Bréfritari: Þórarinn Stefánsson
Dagsetning: A-1934-11-14
Skrifað á: Vesturheimi

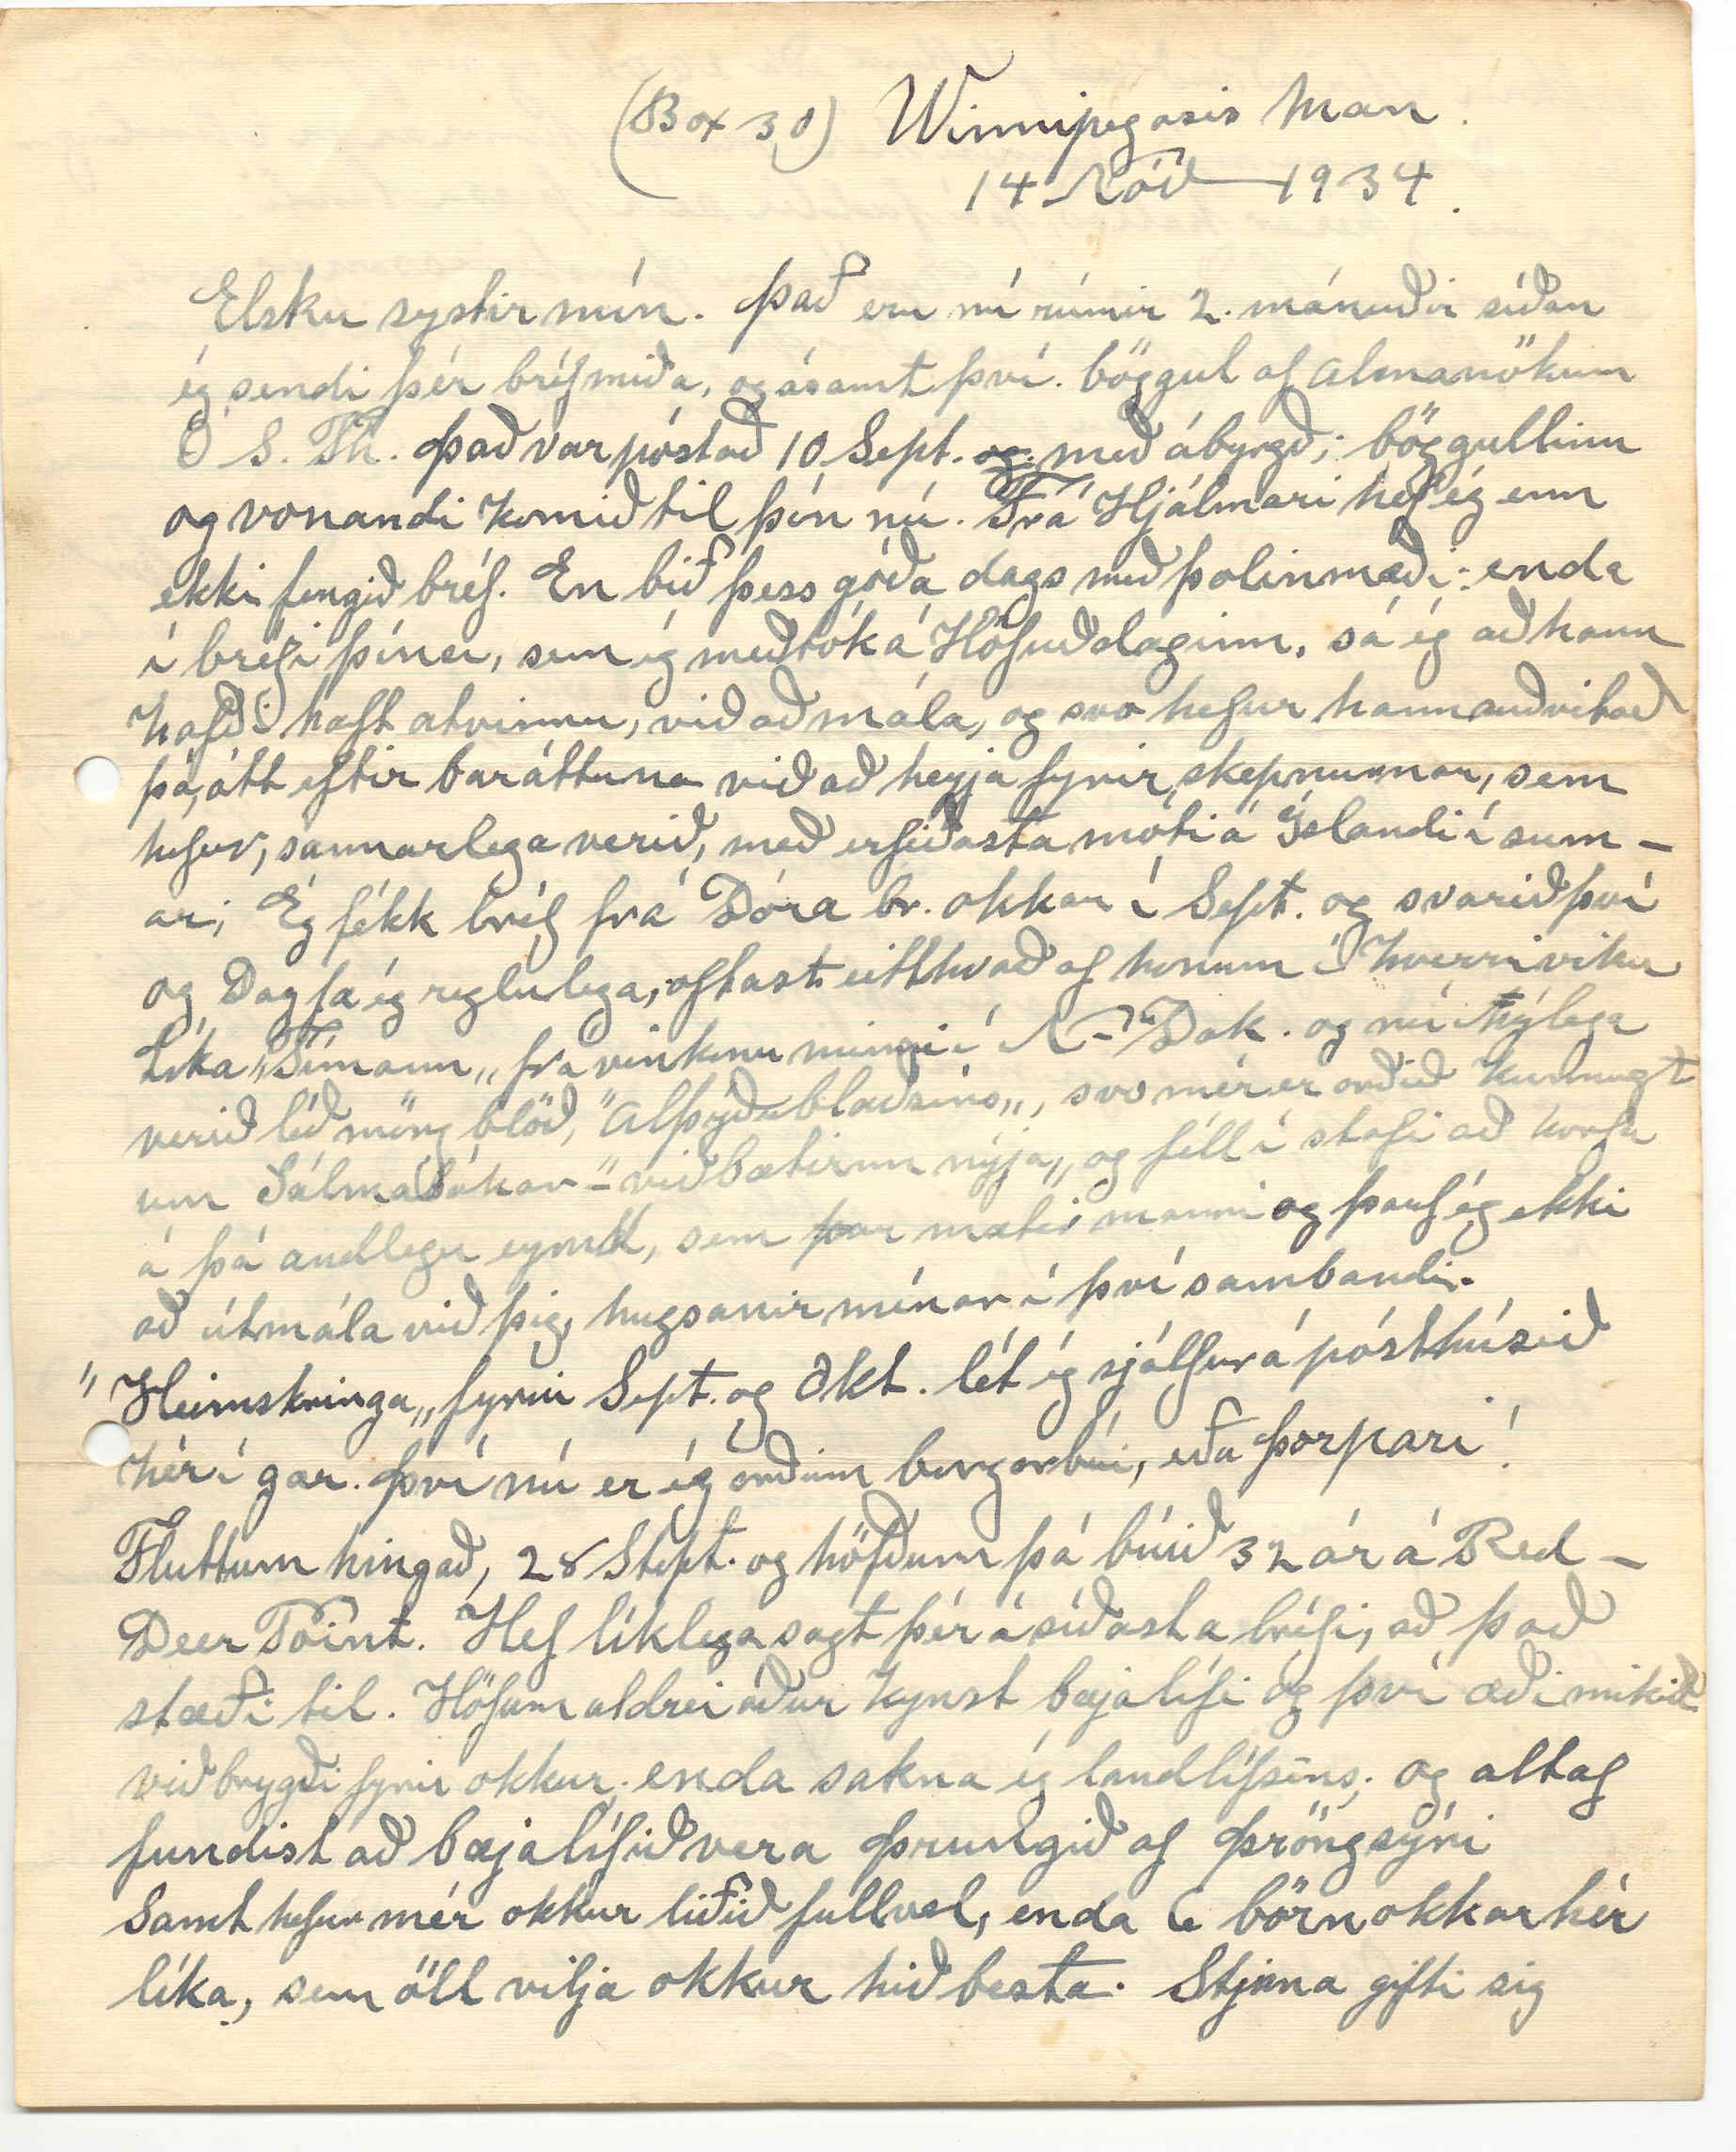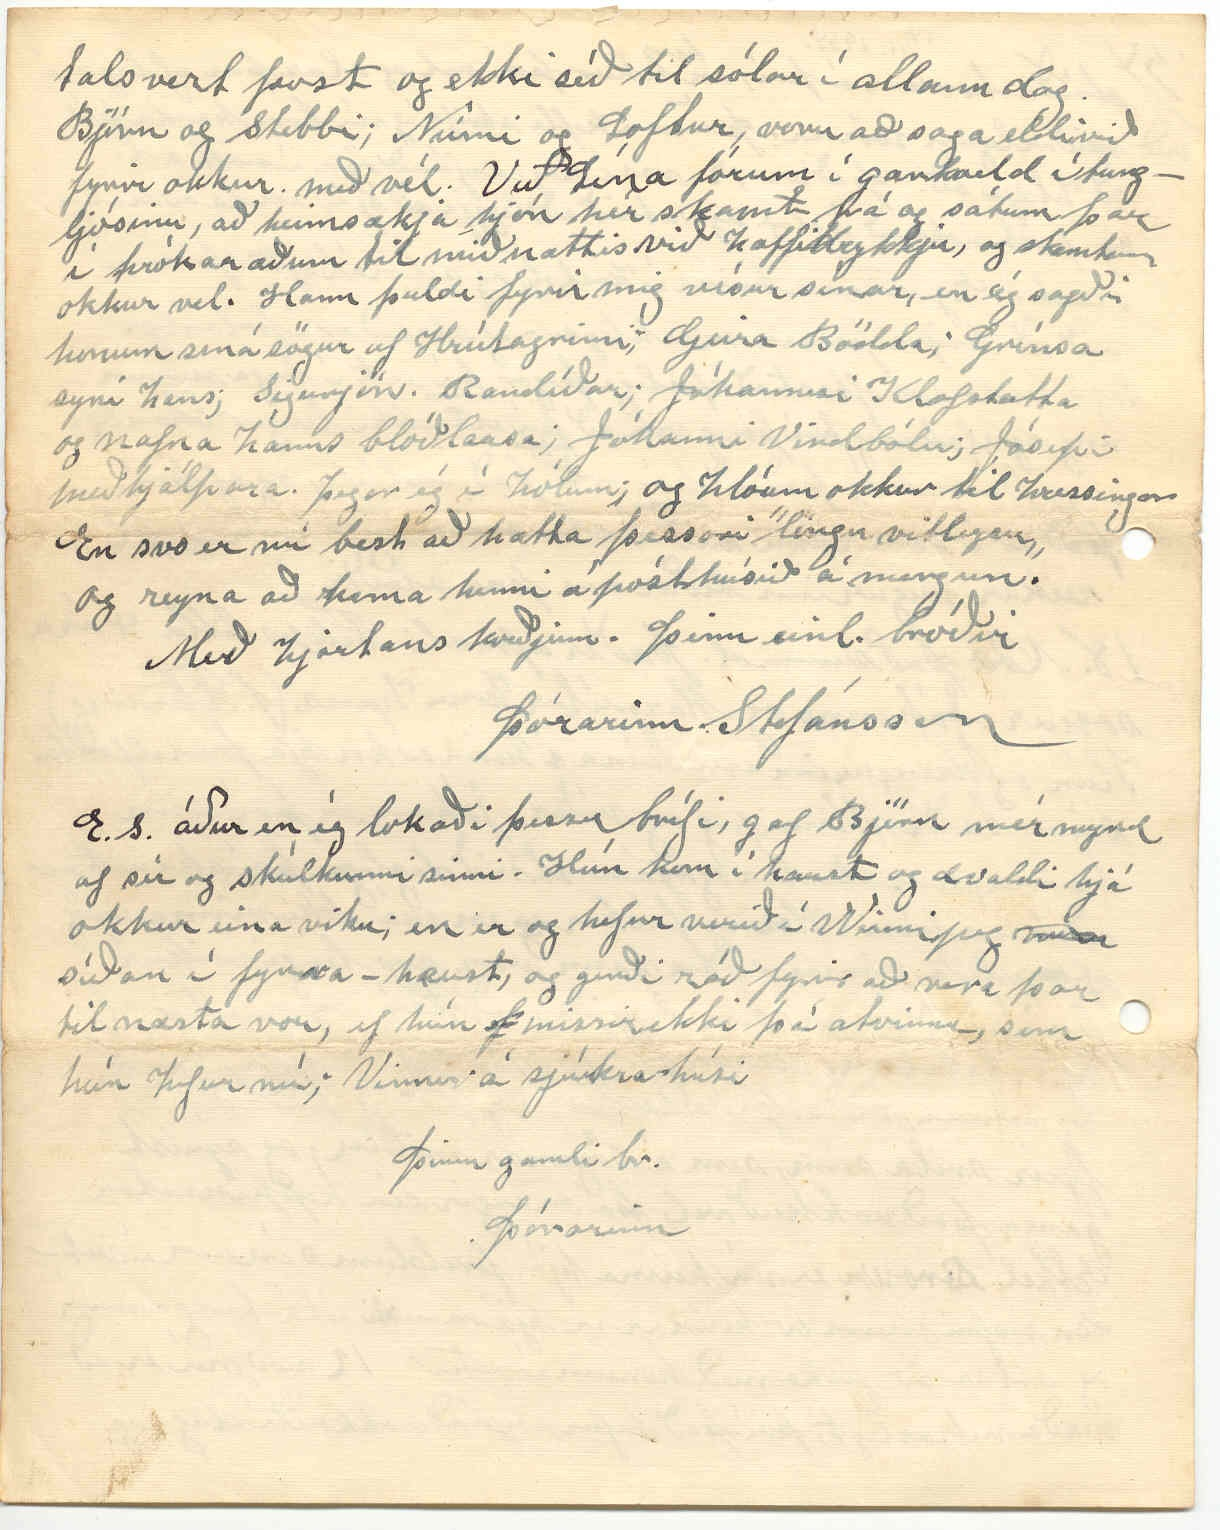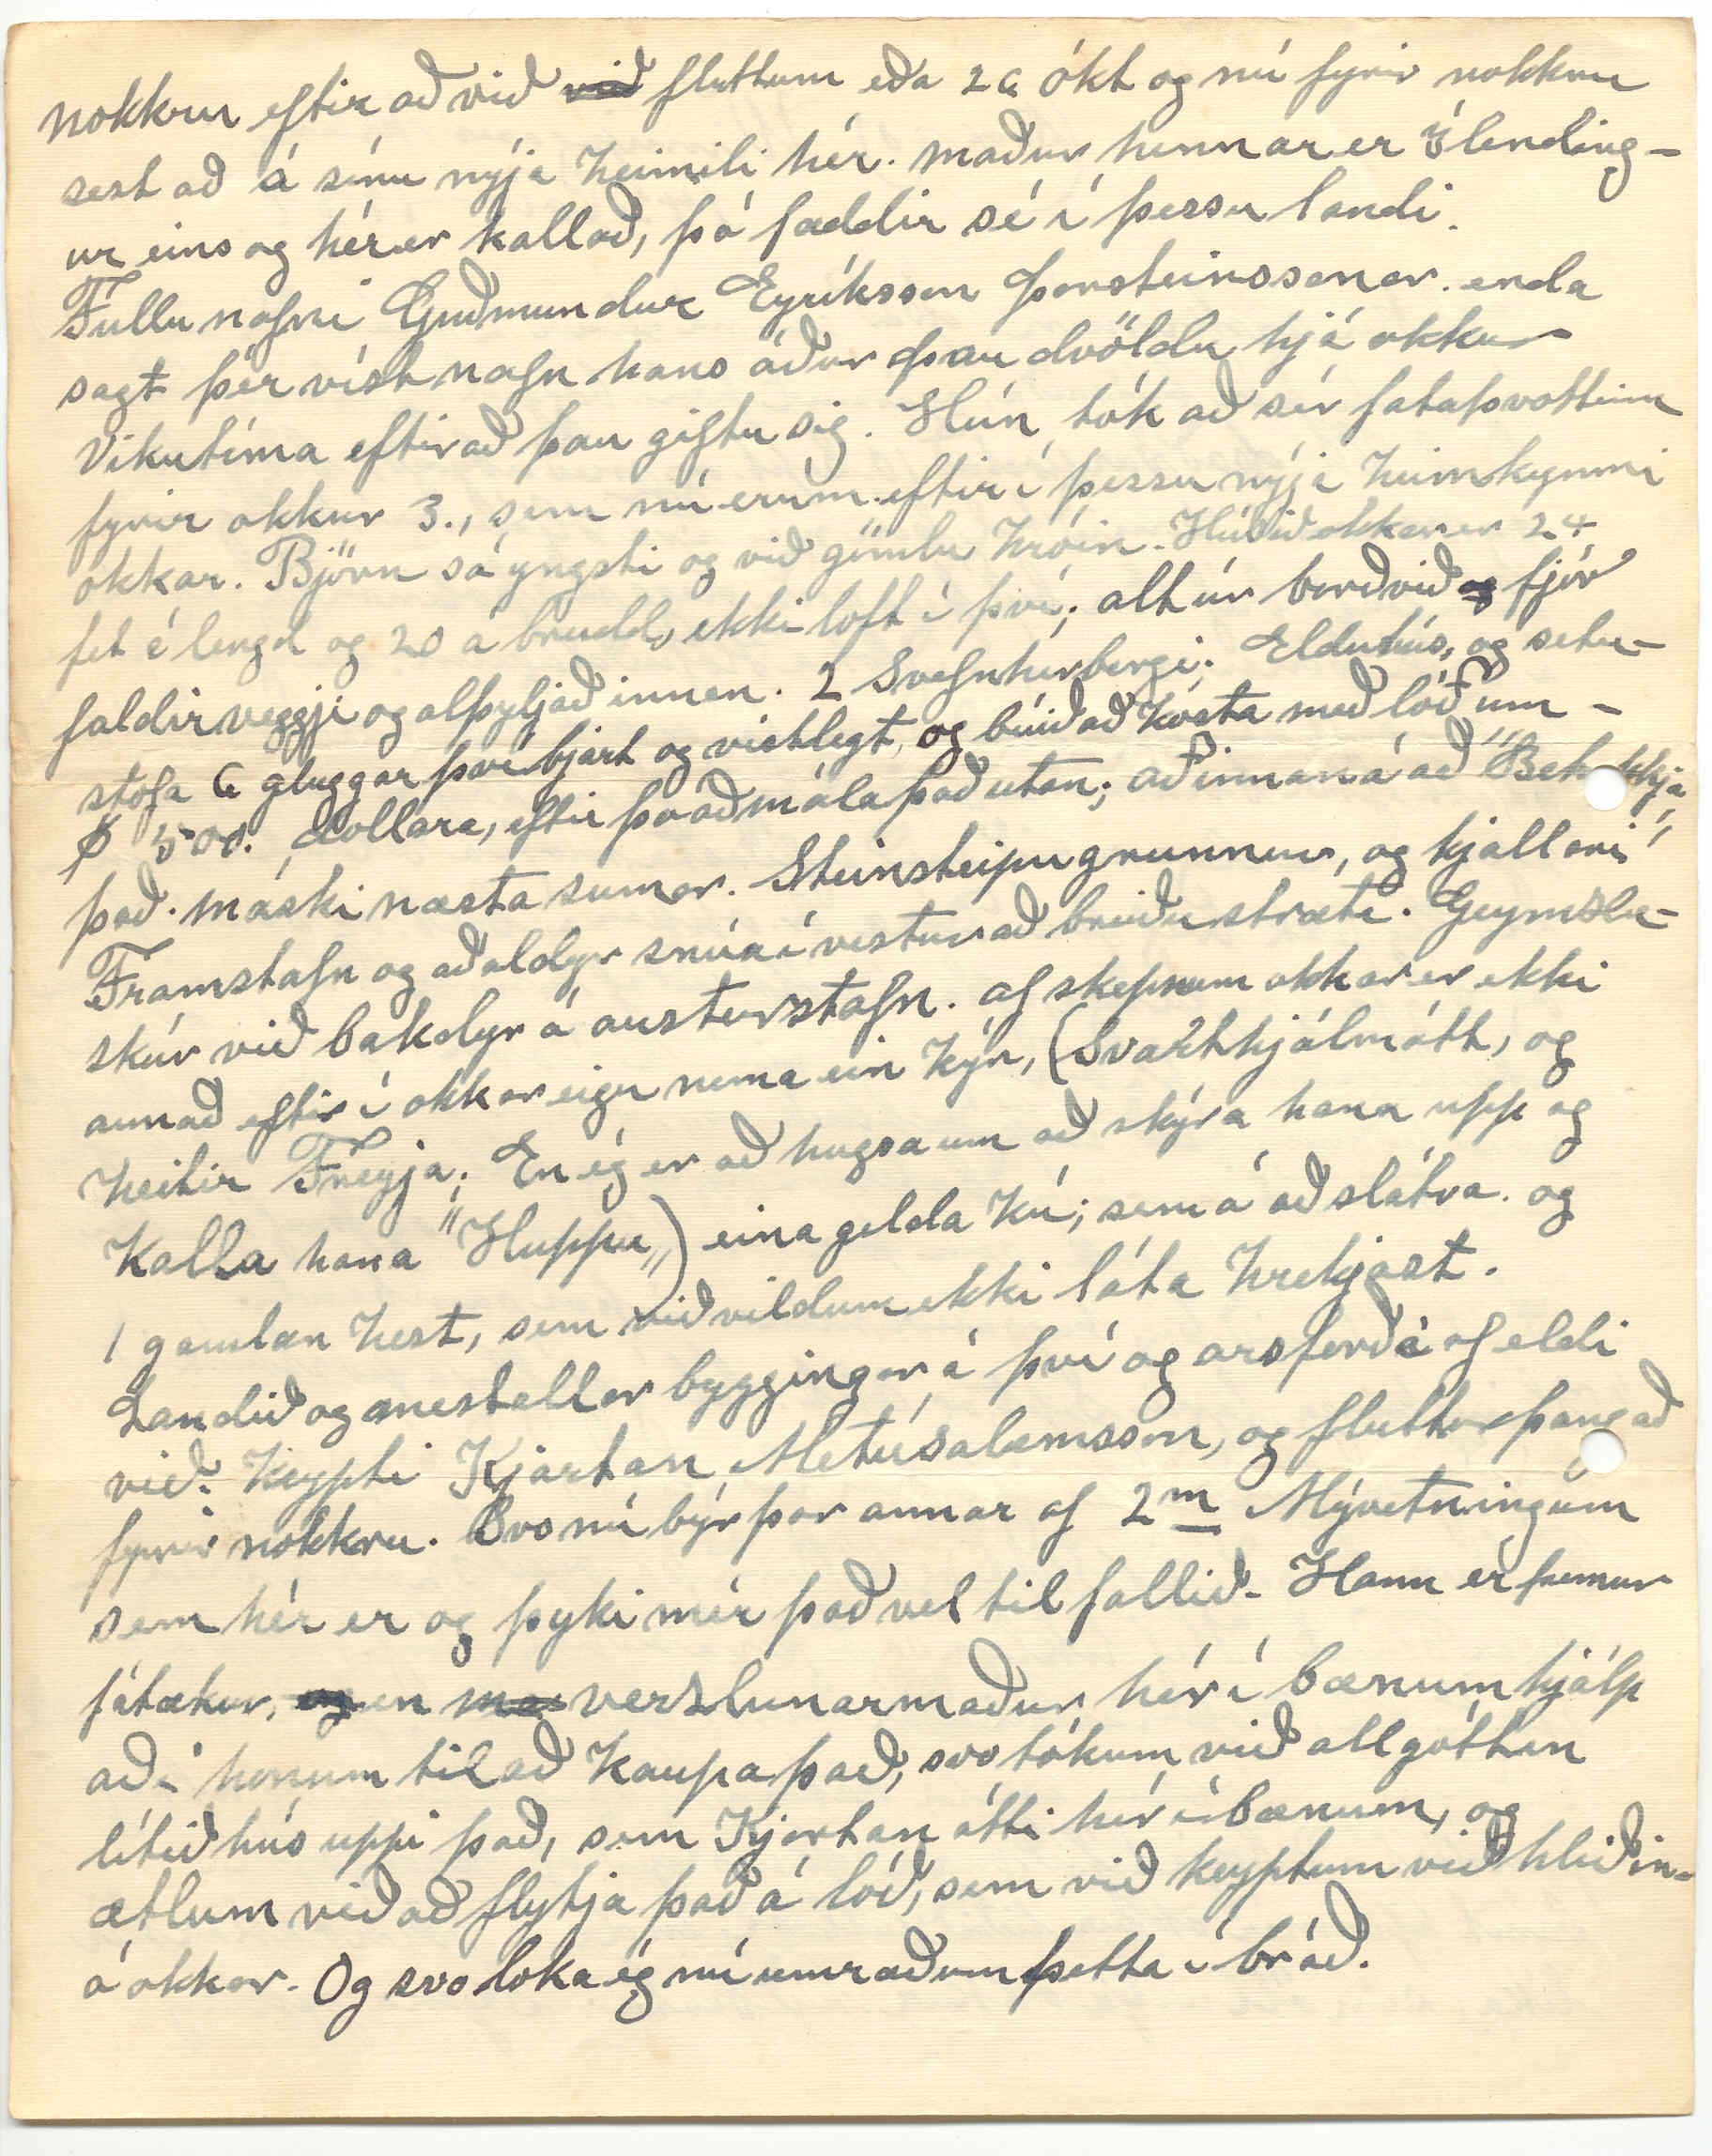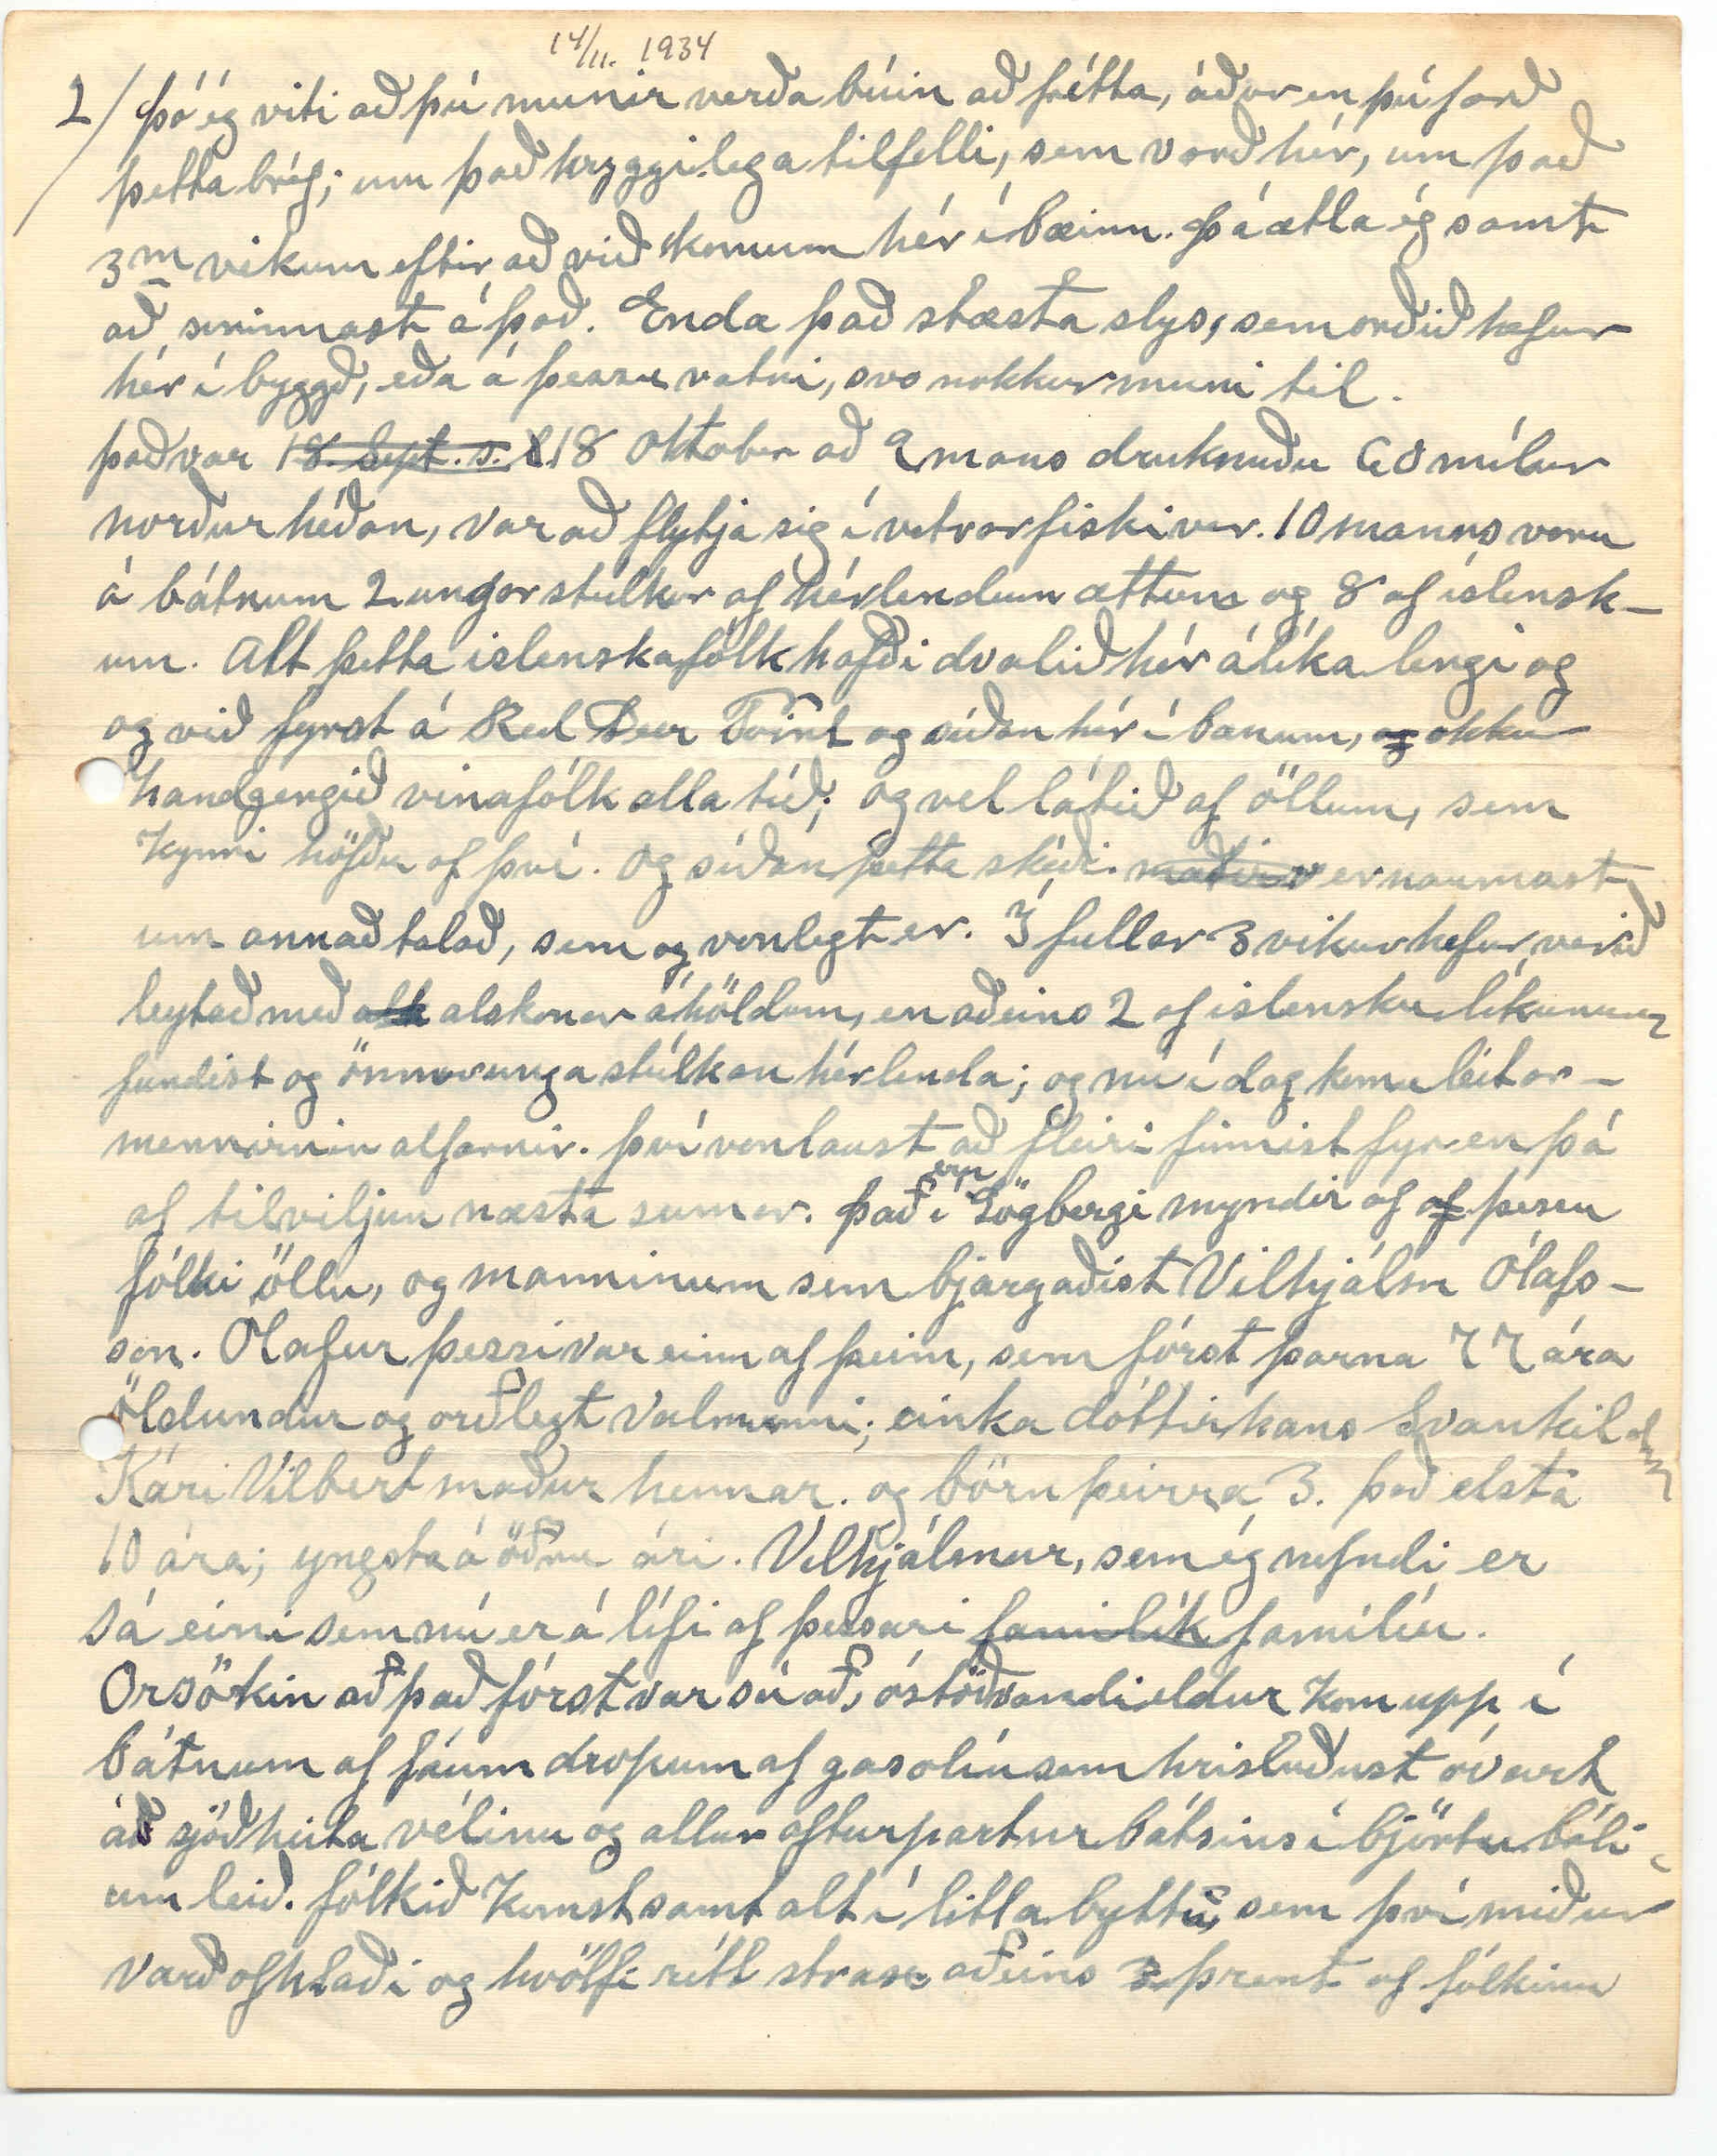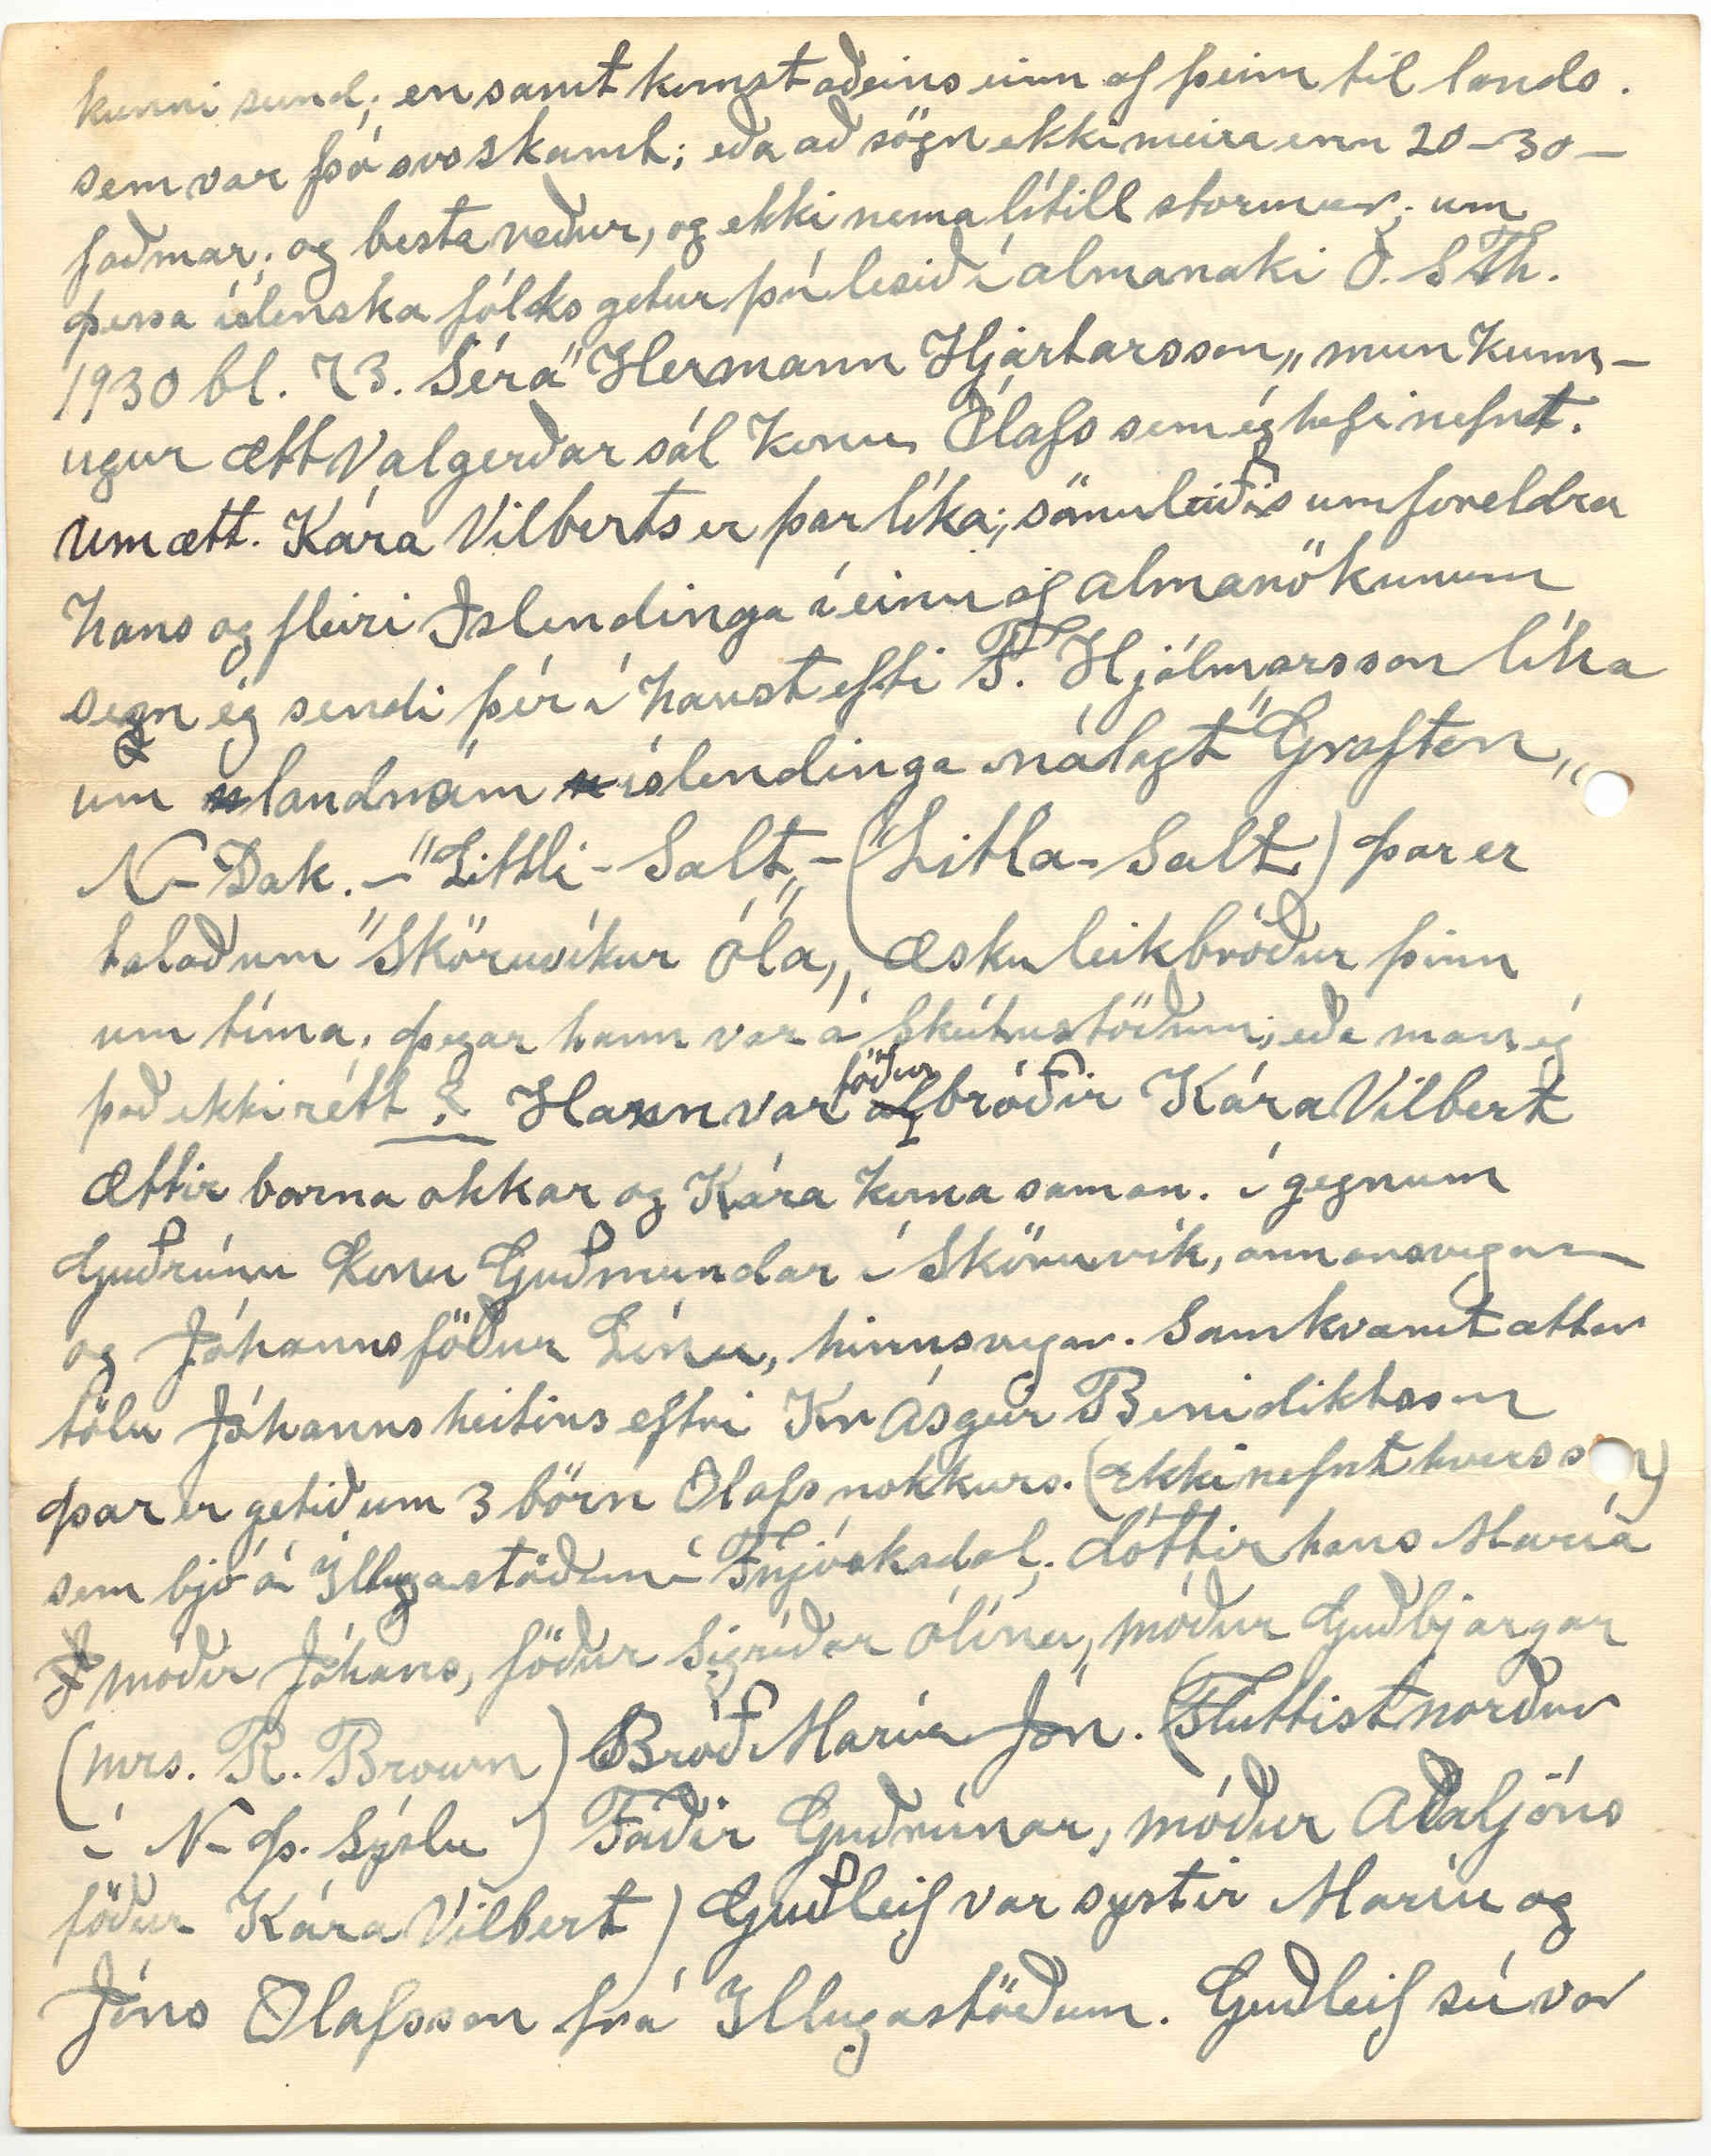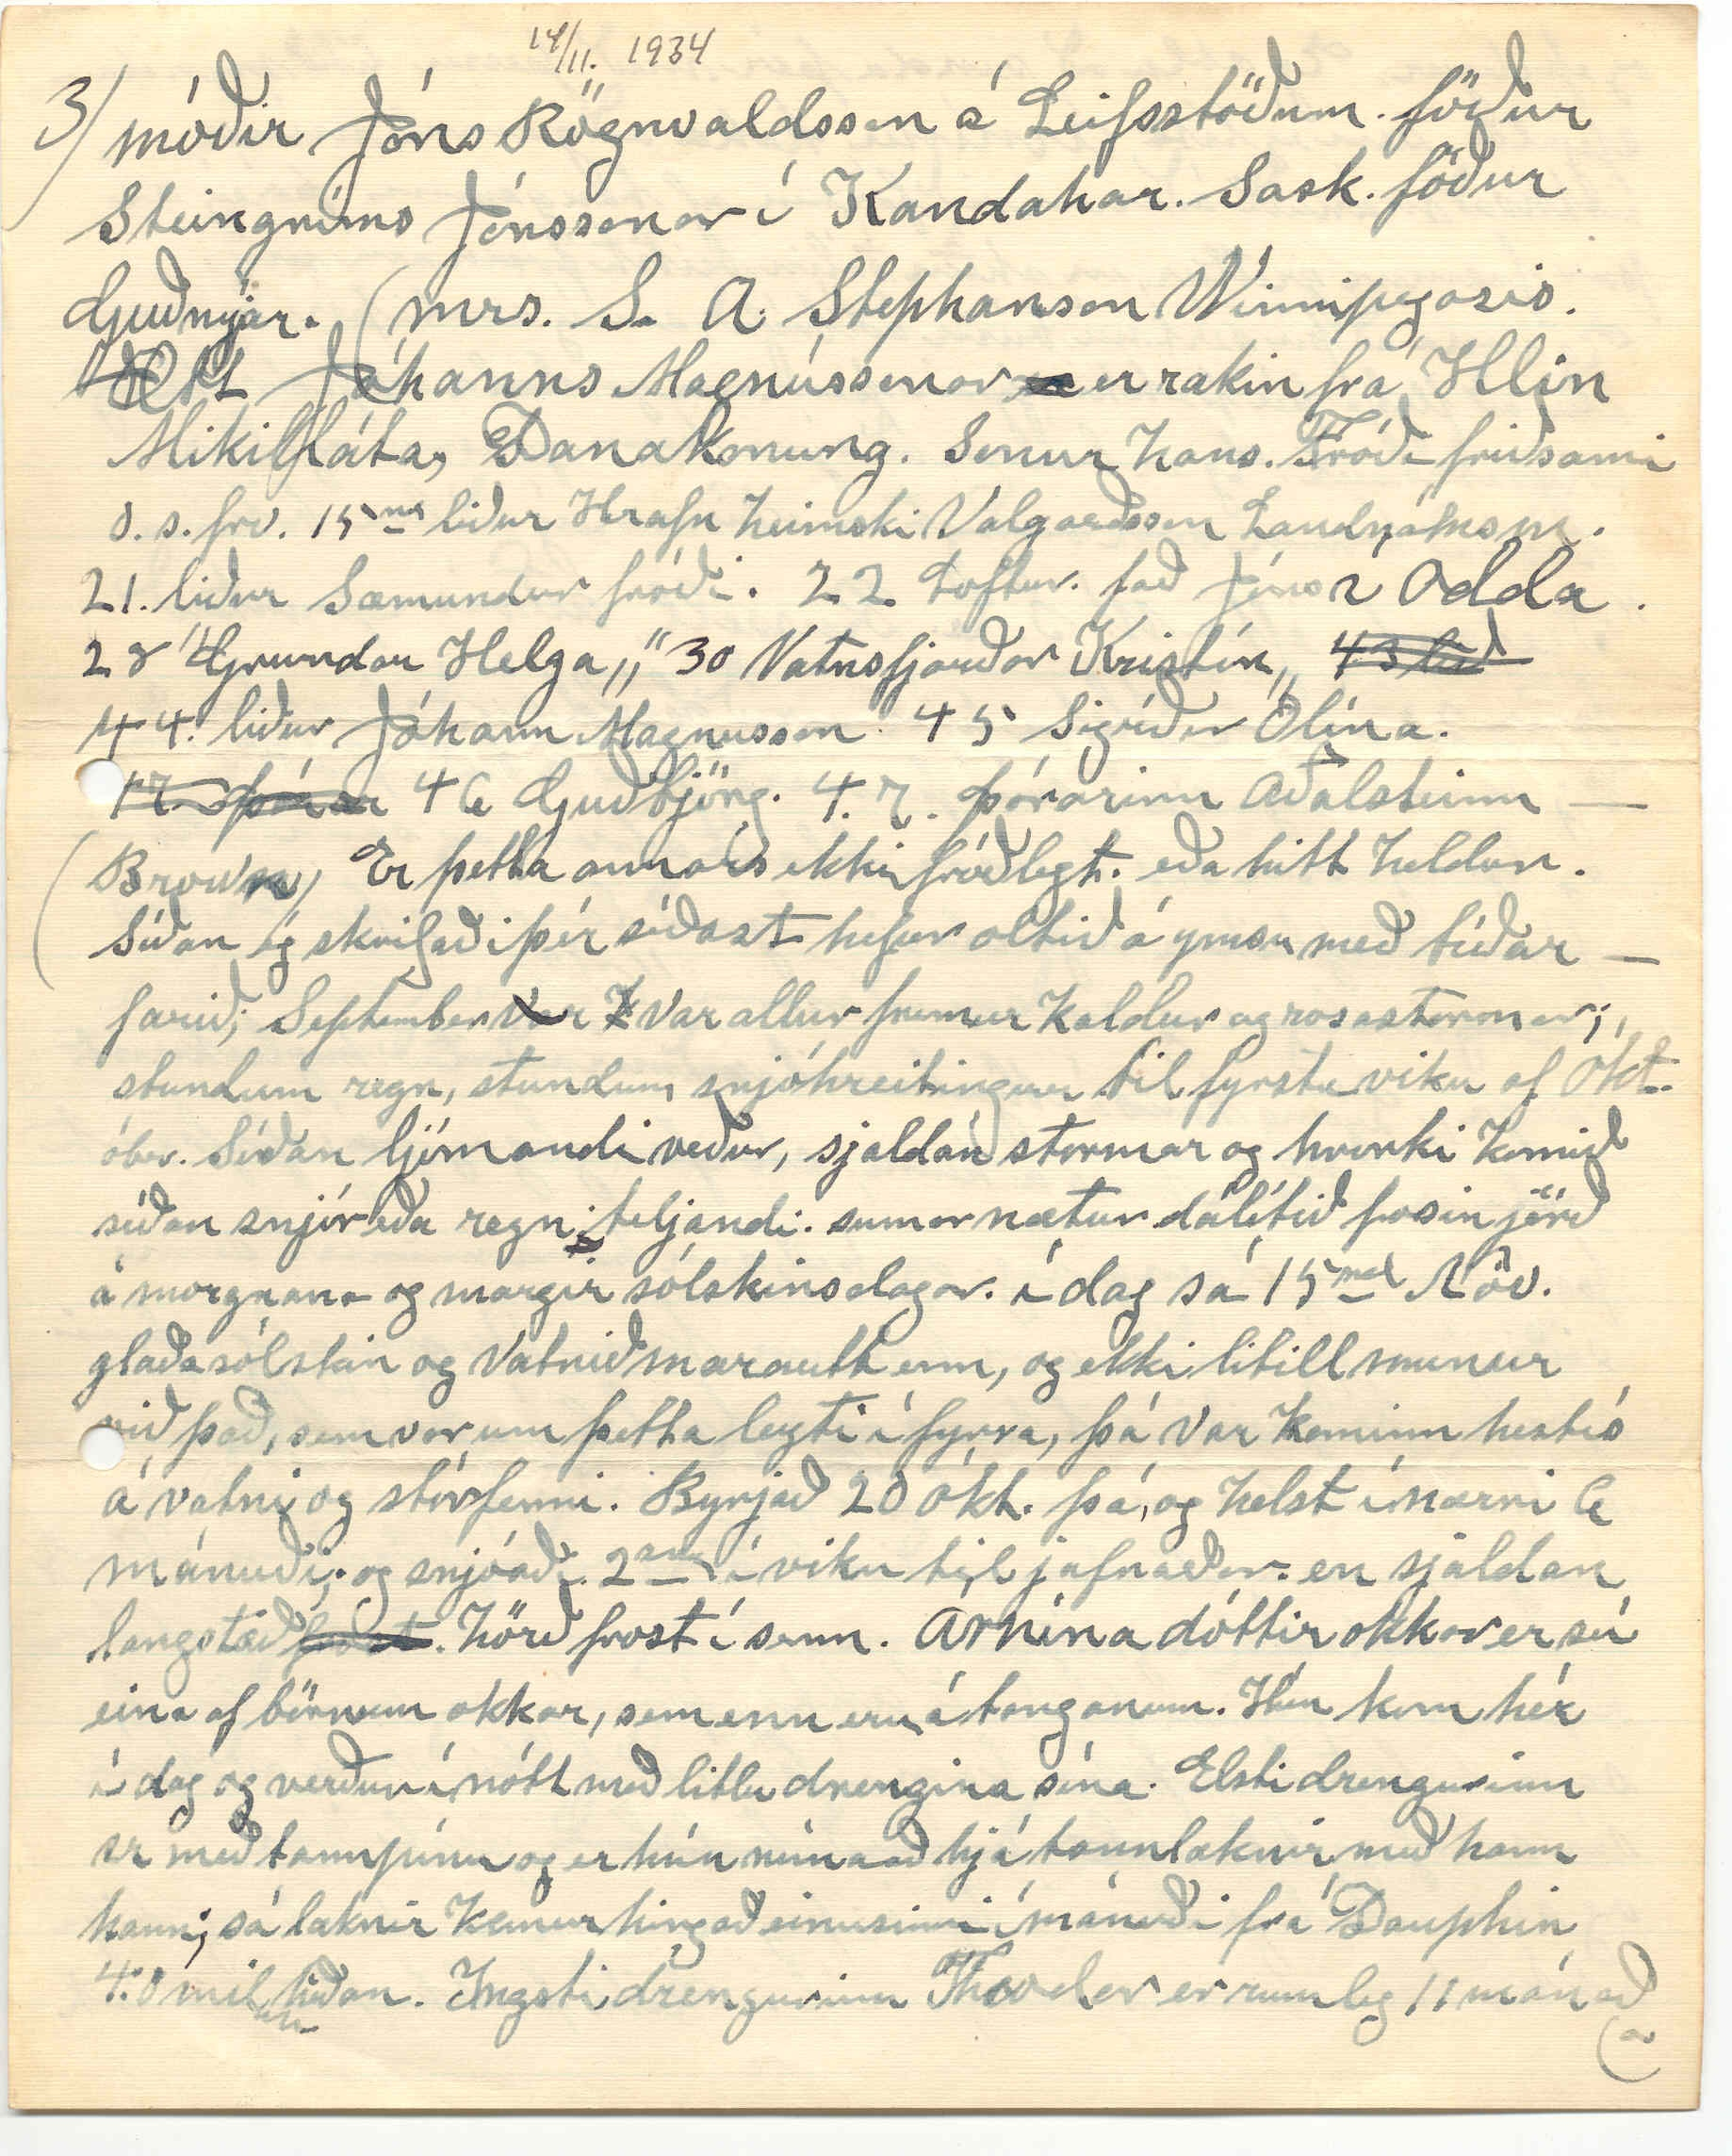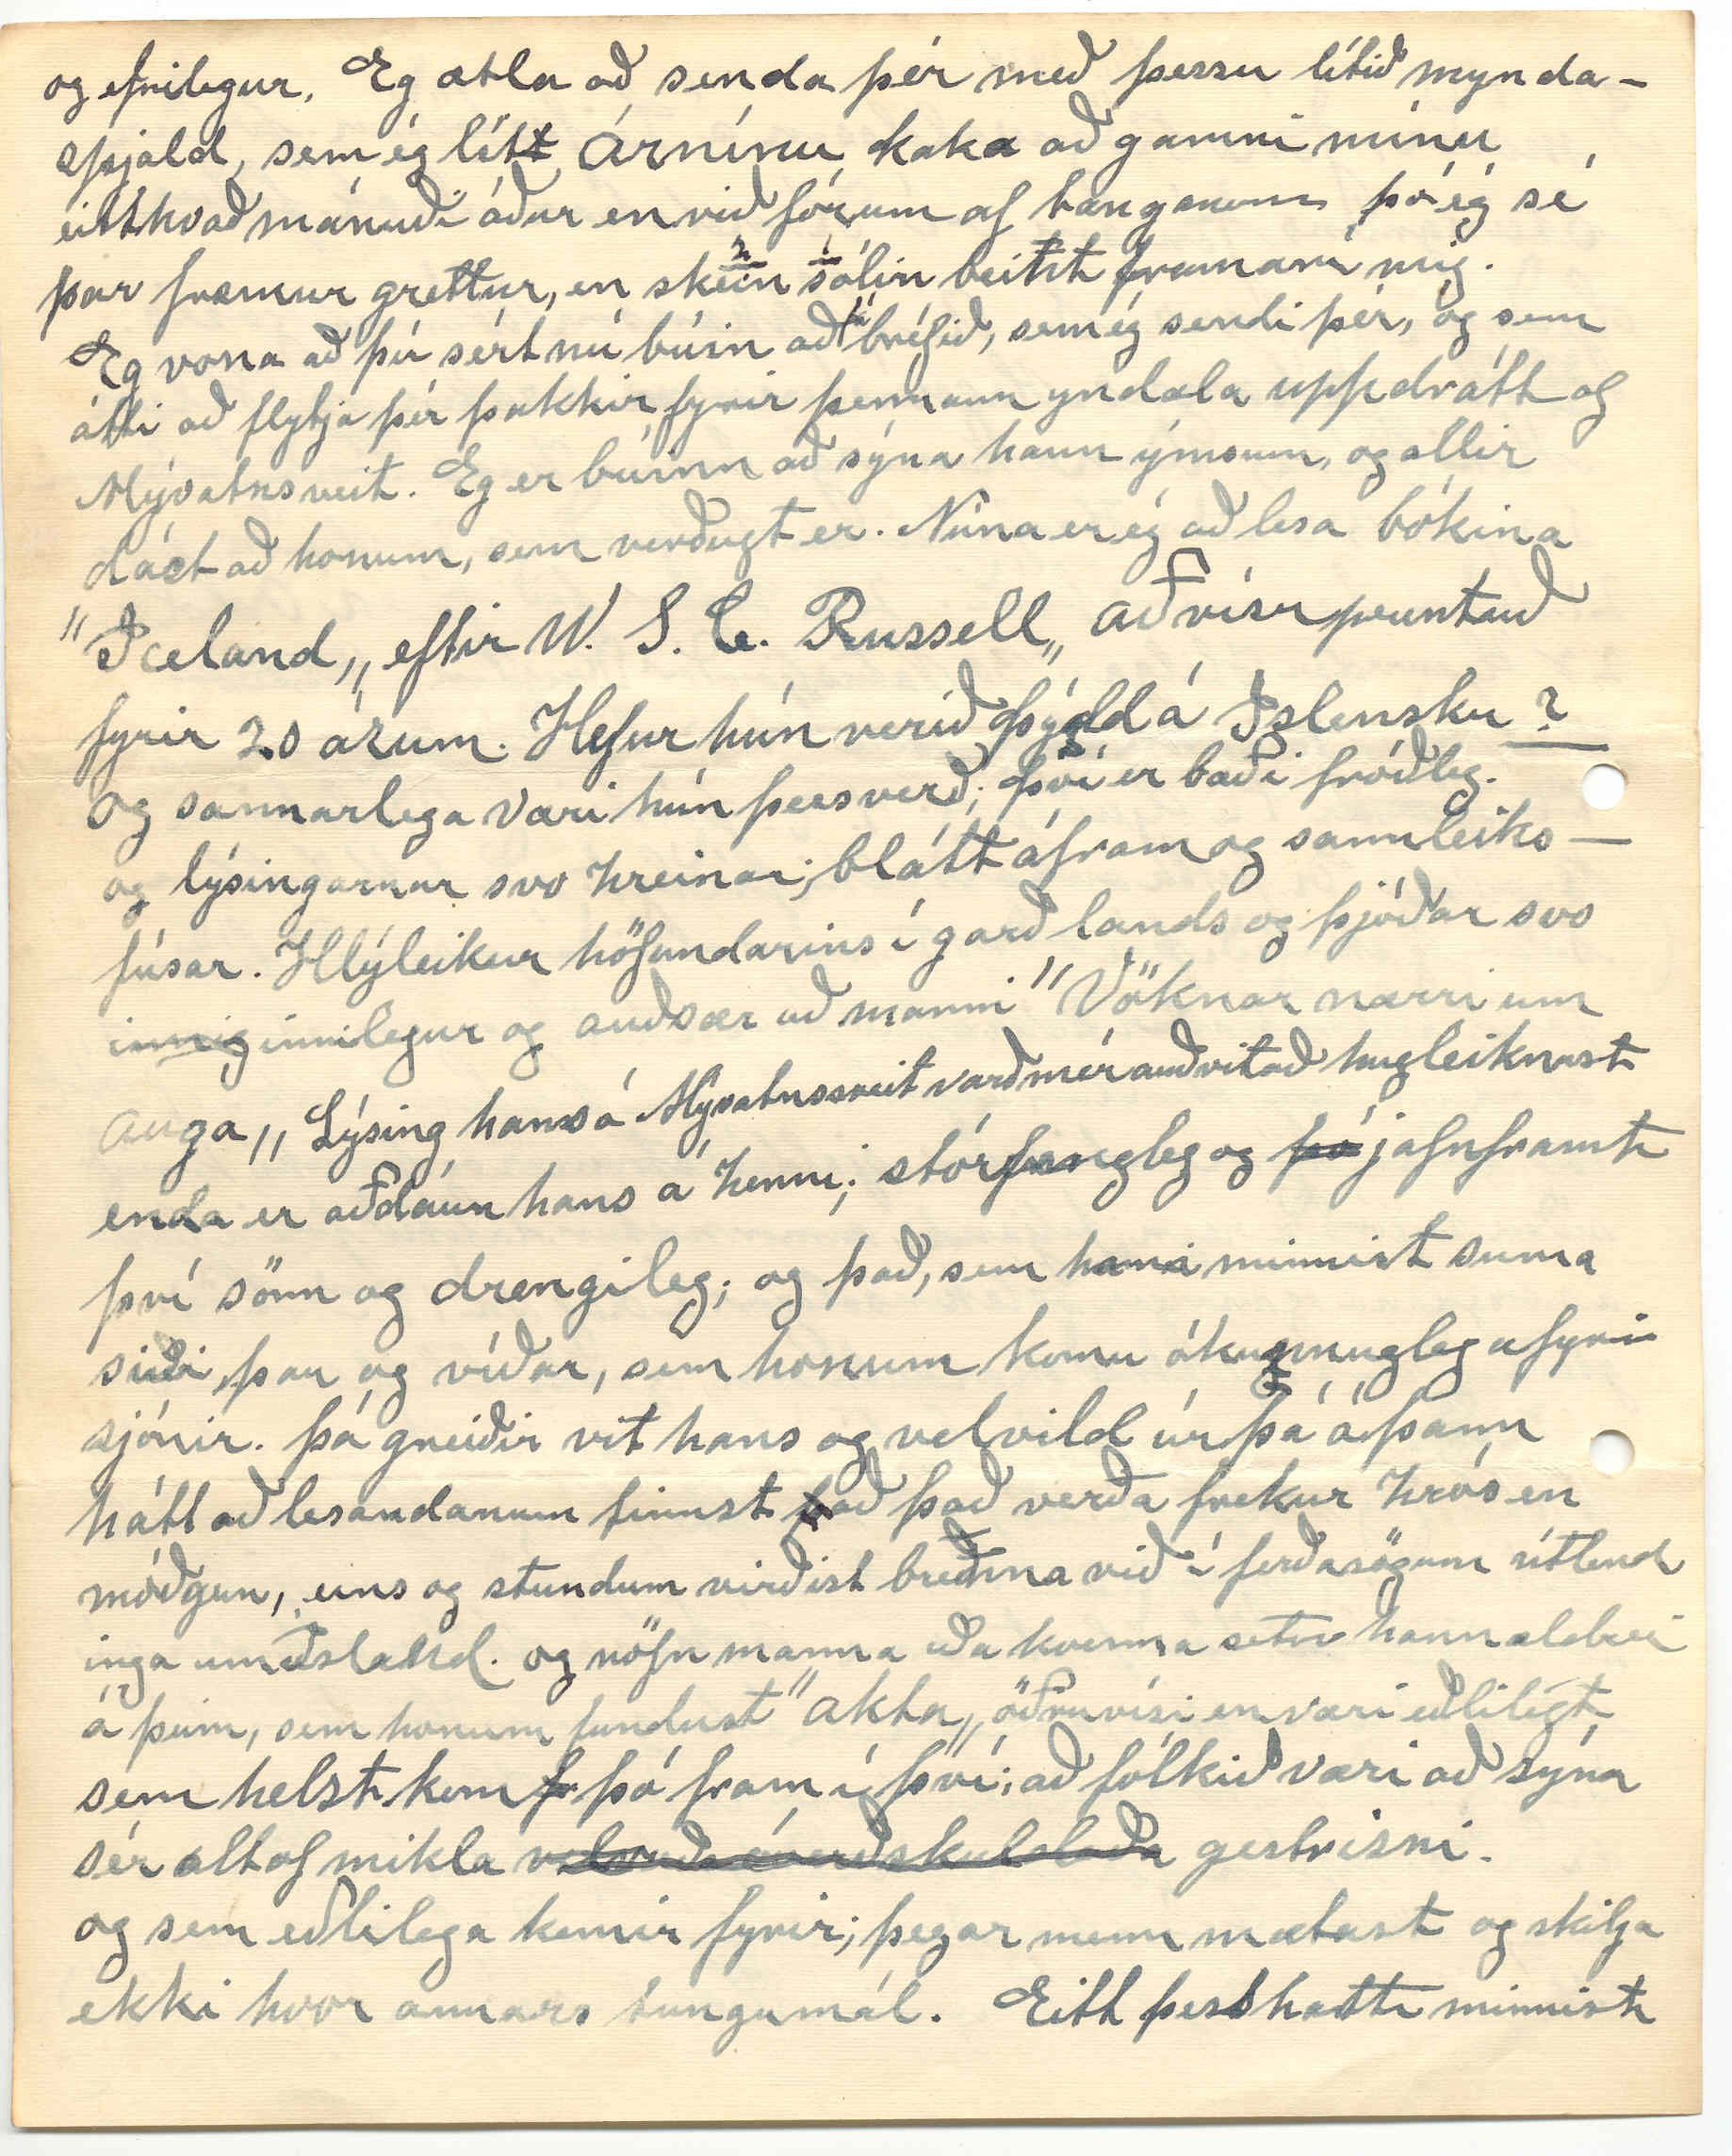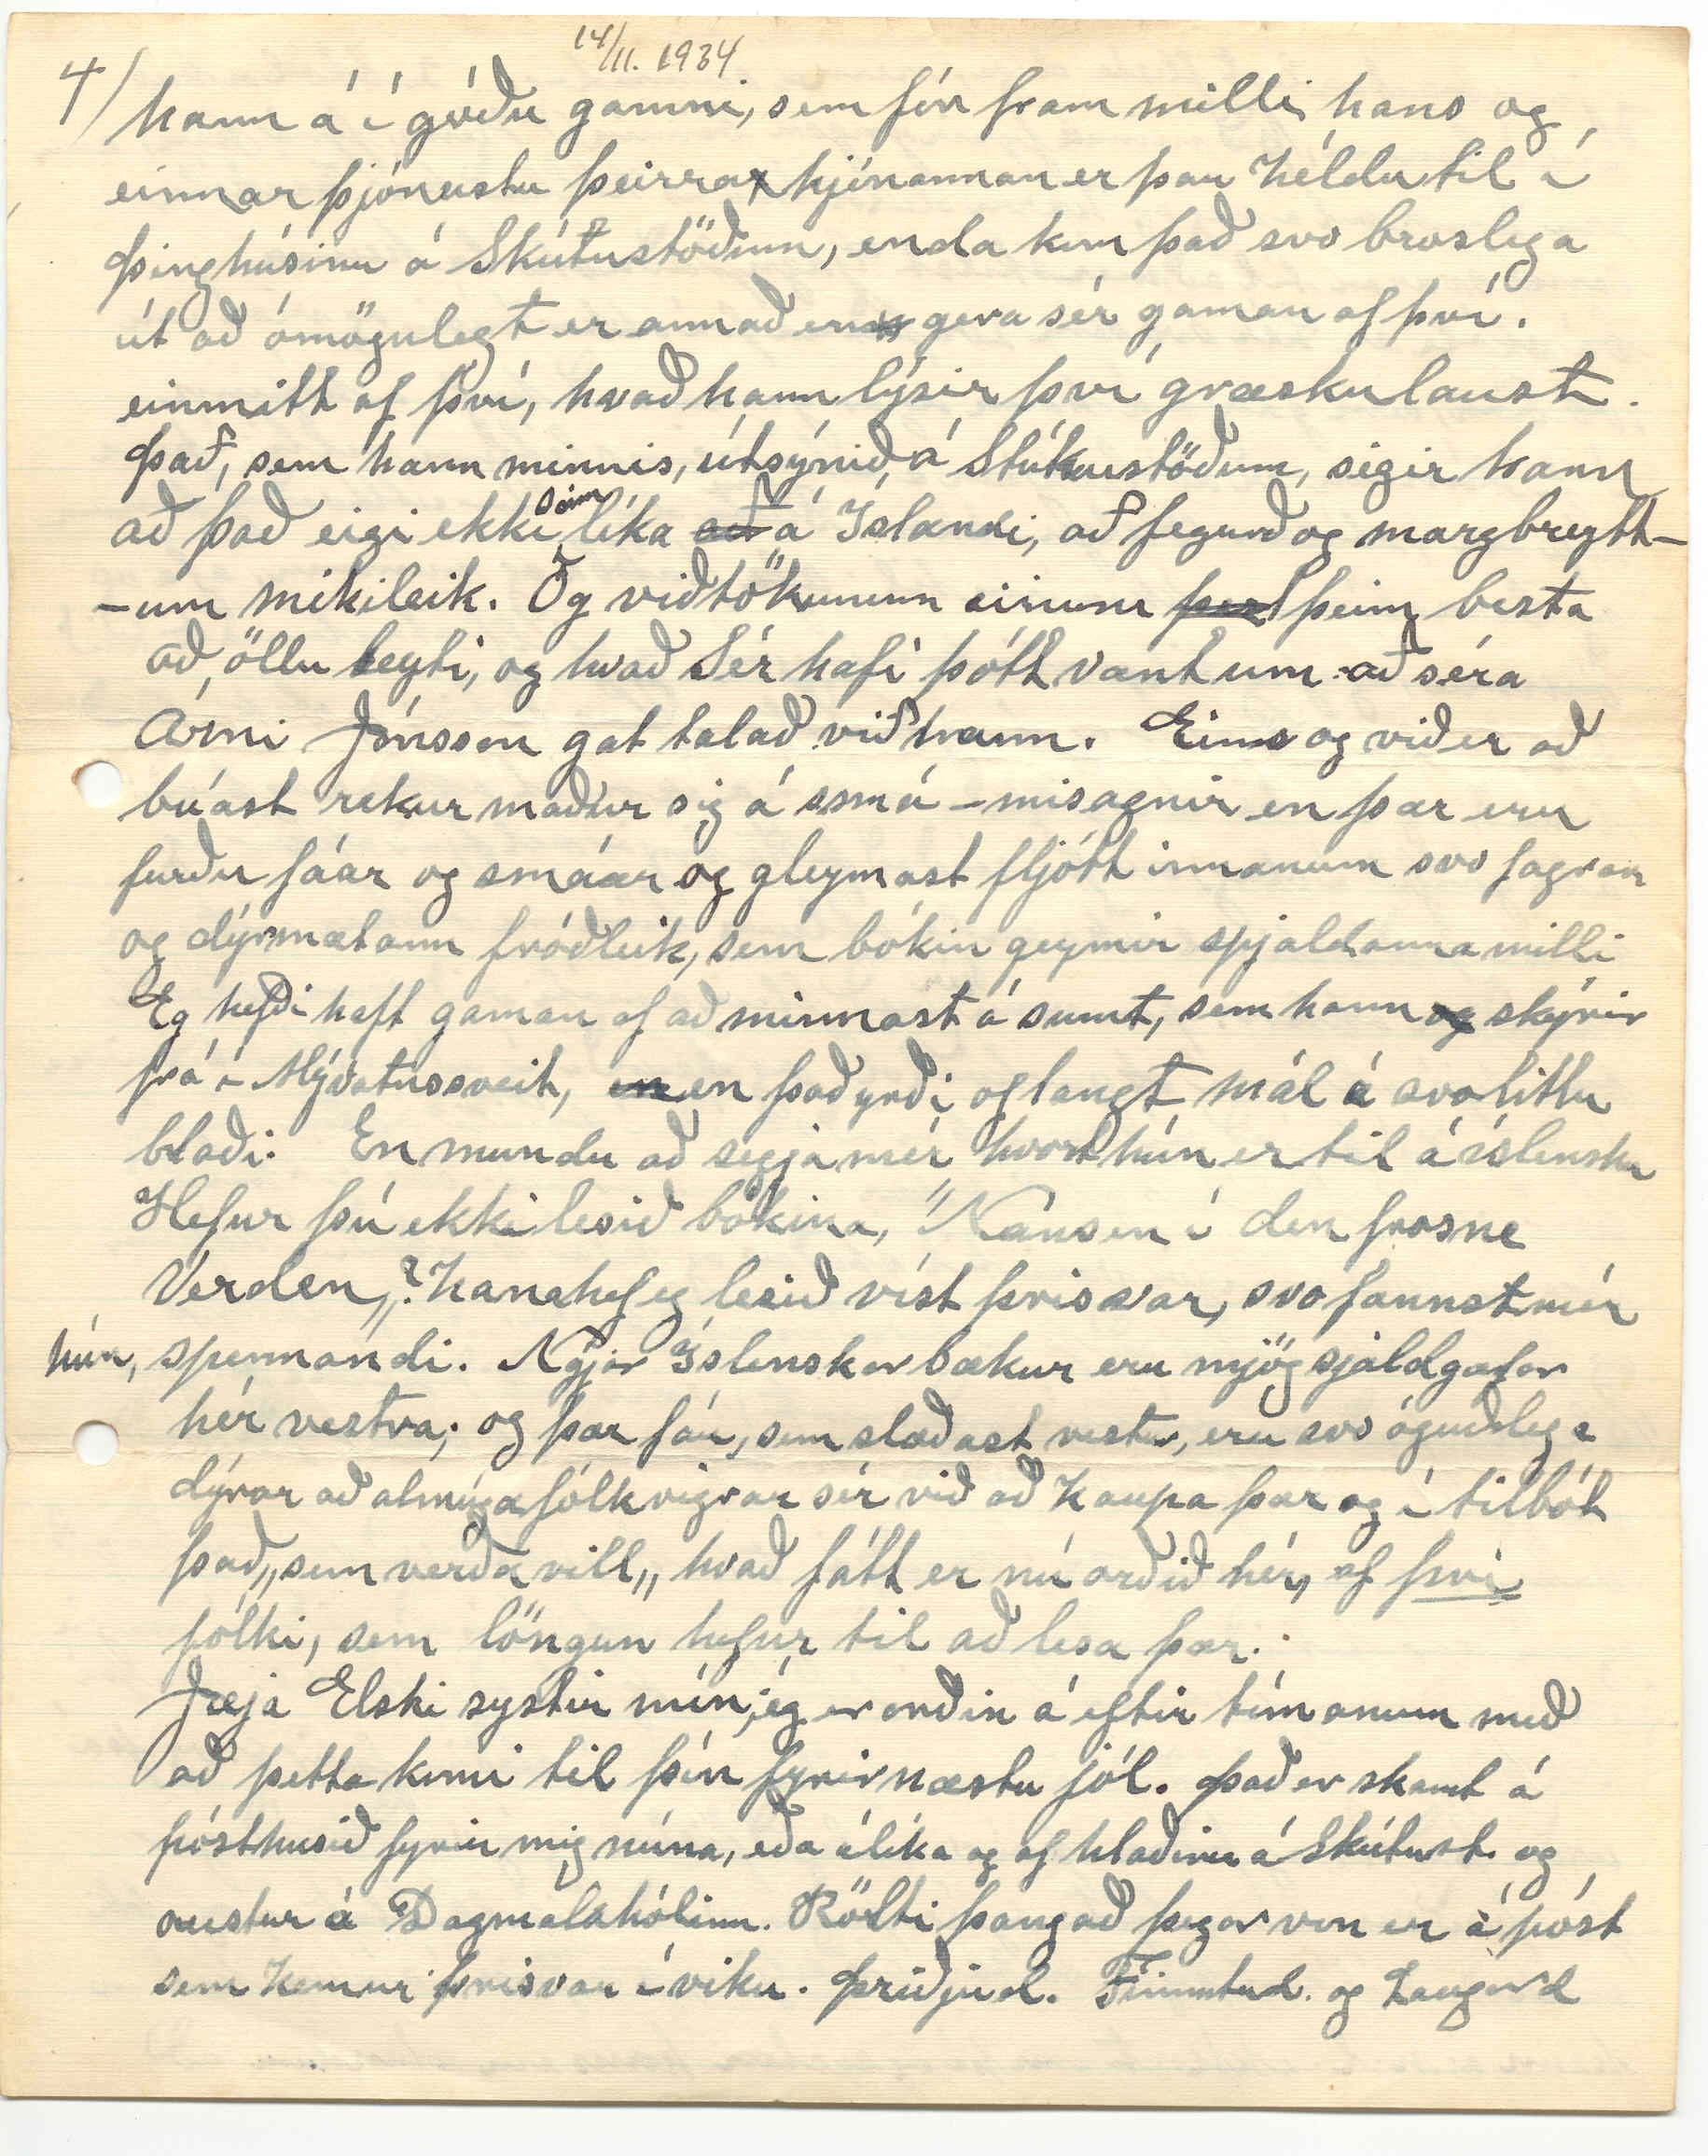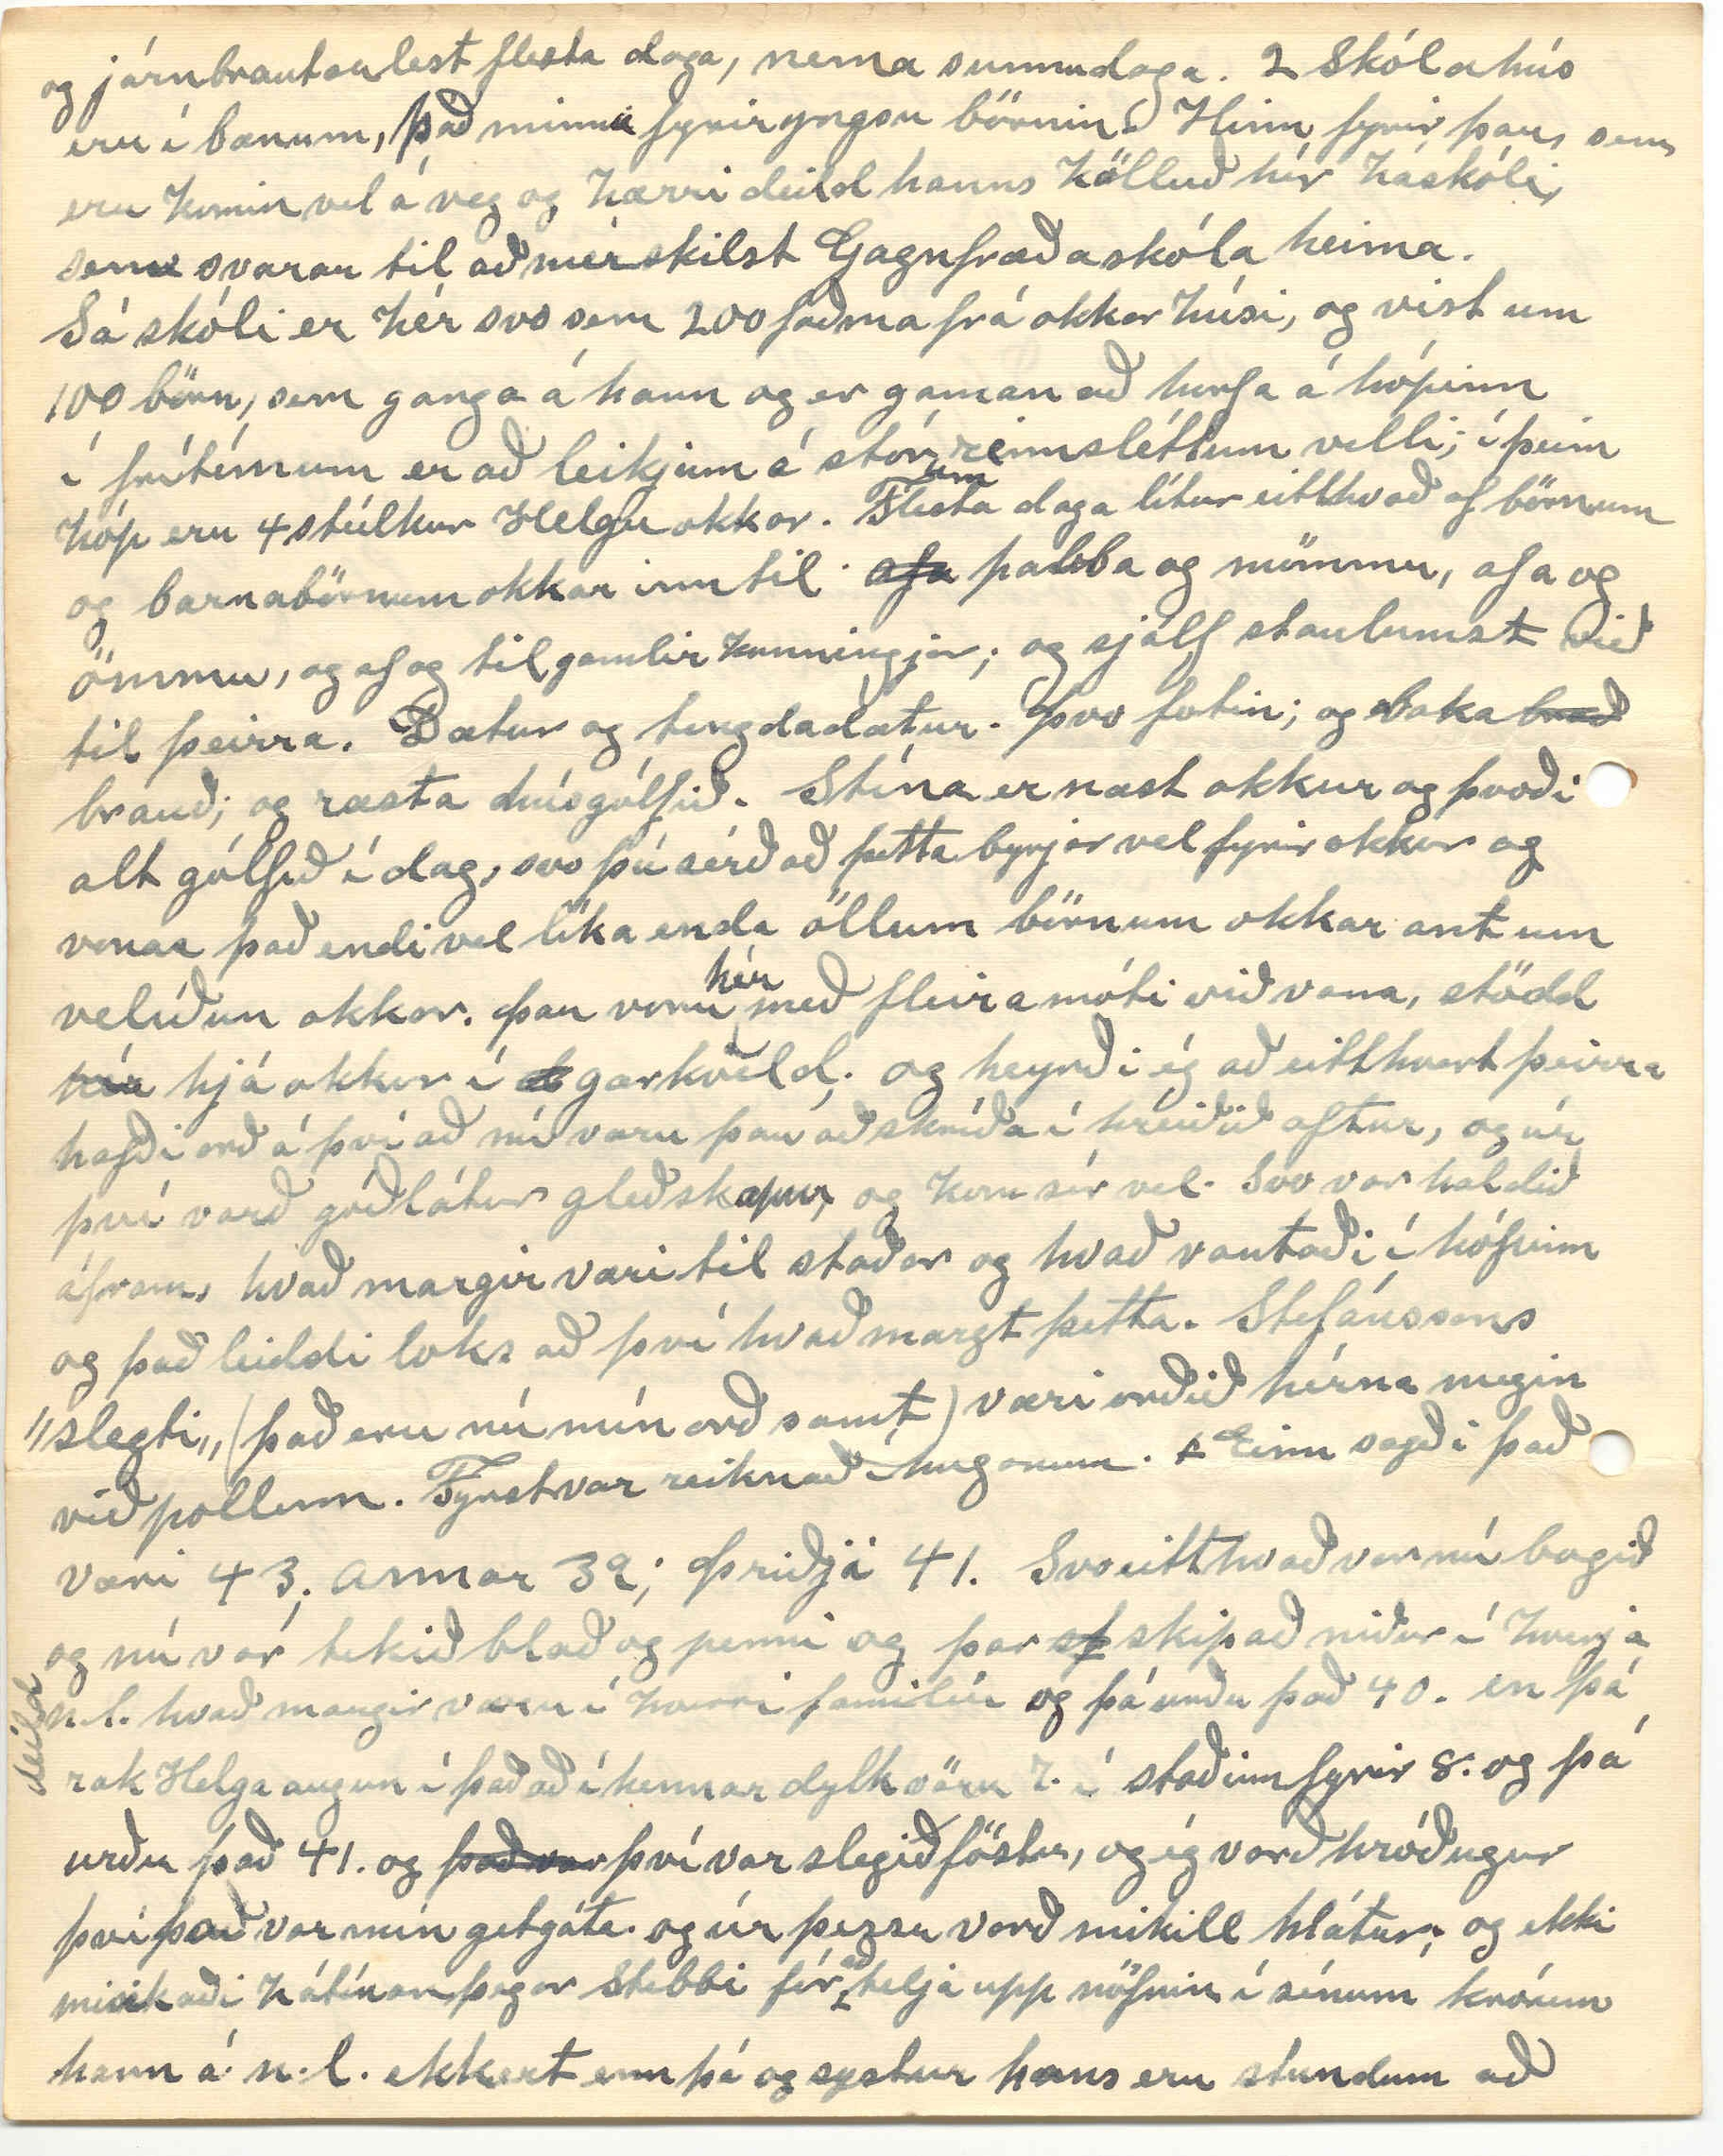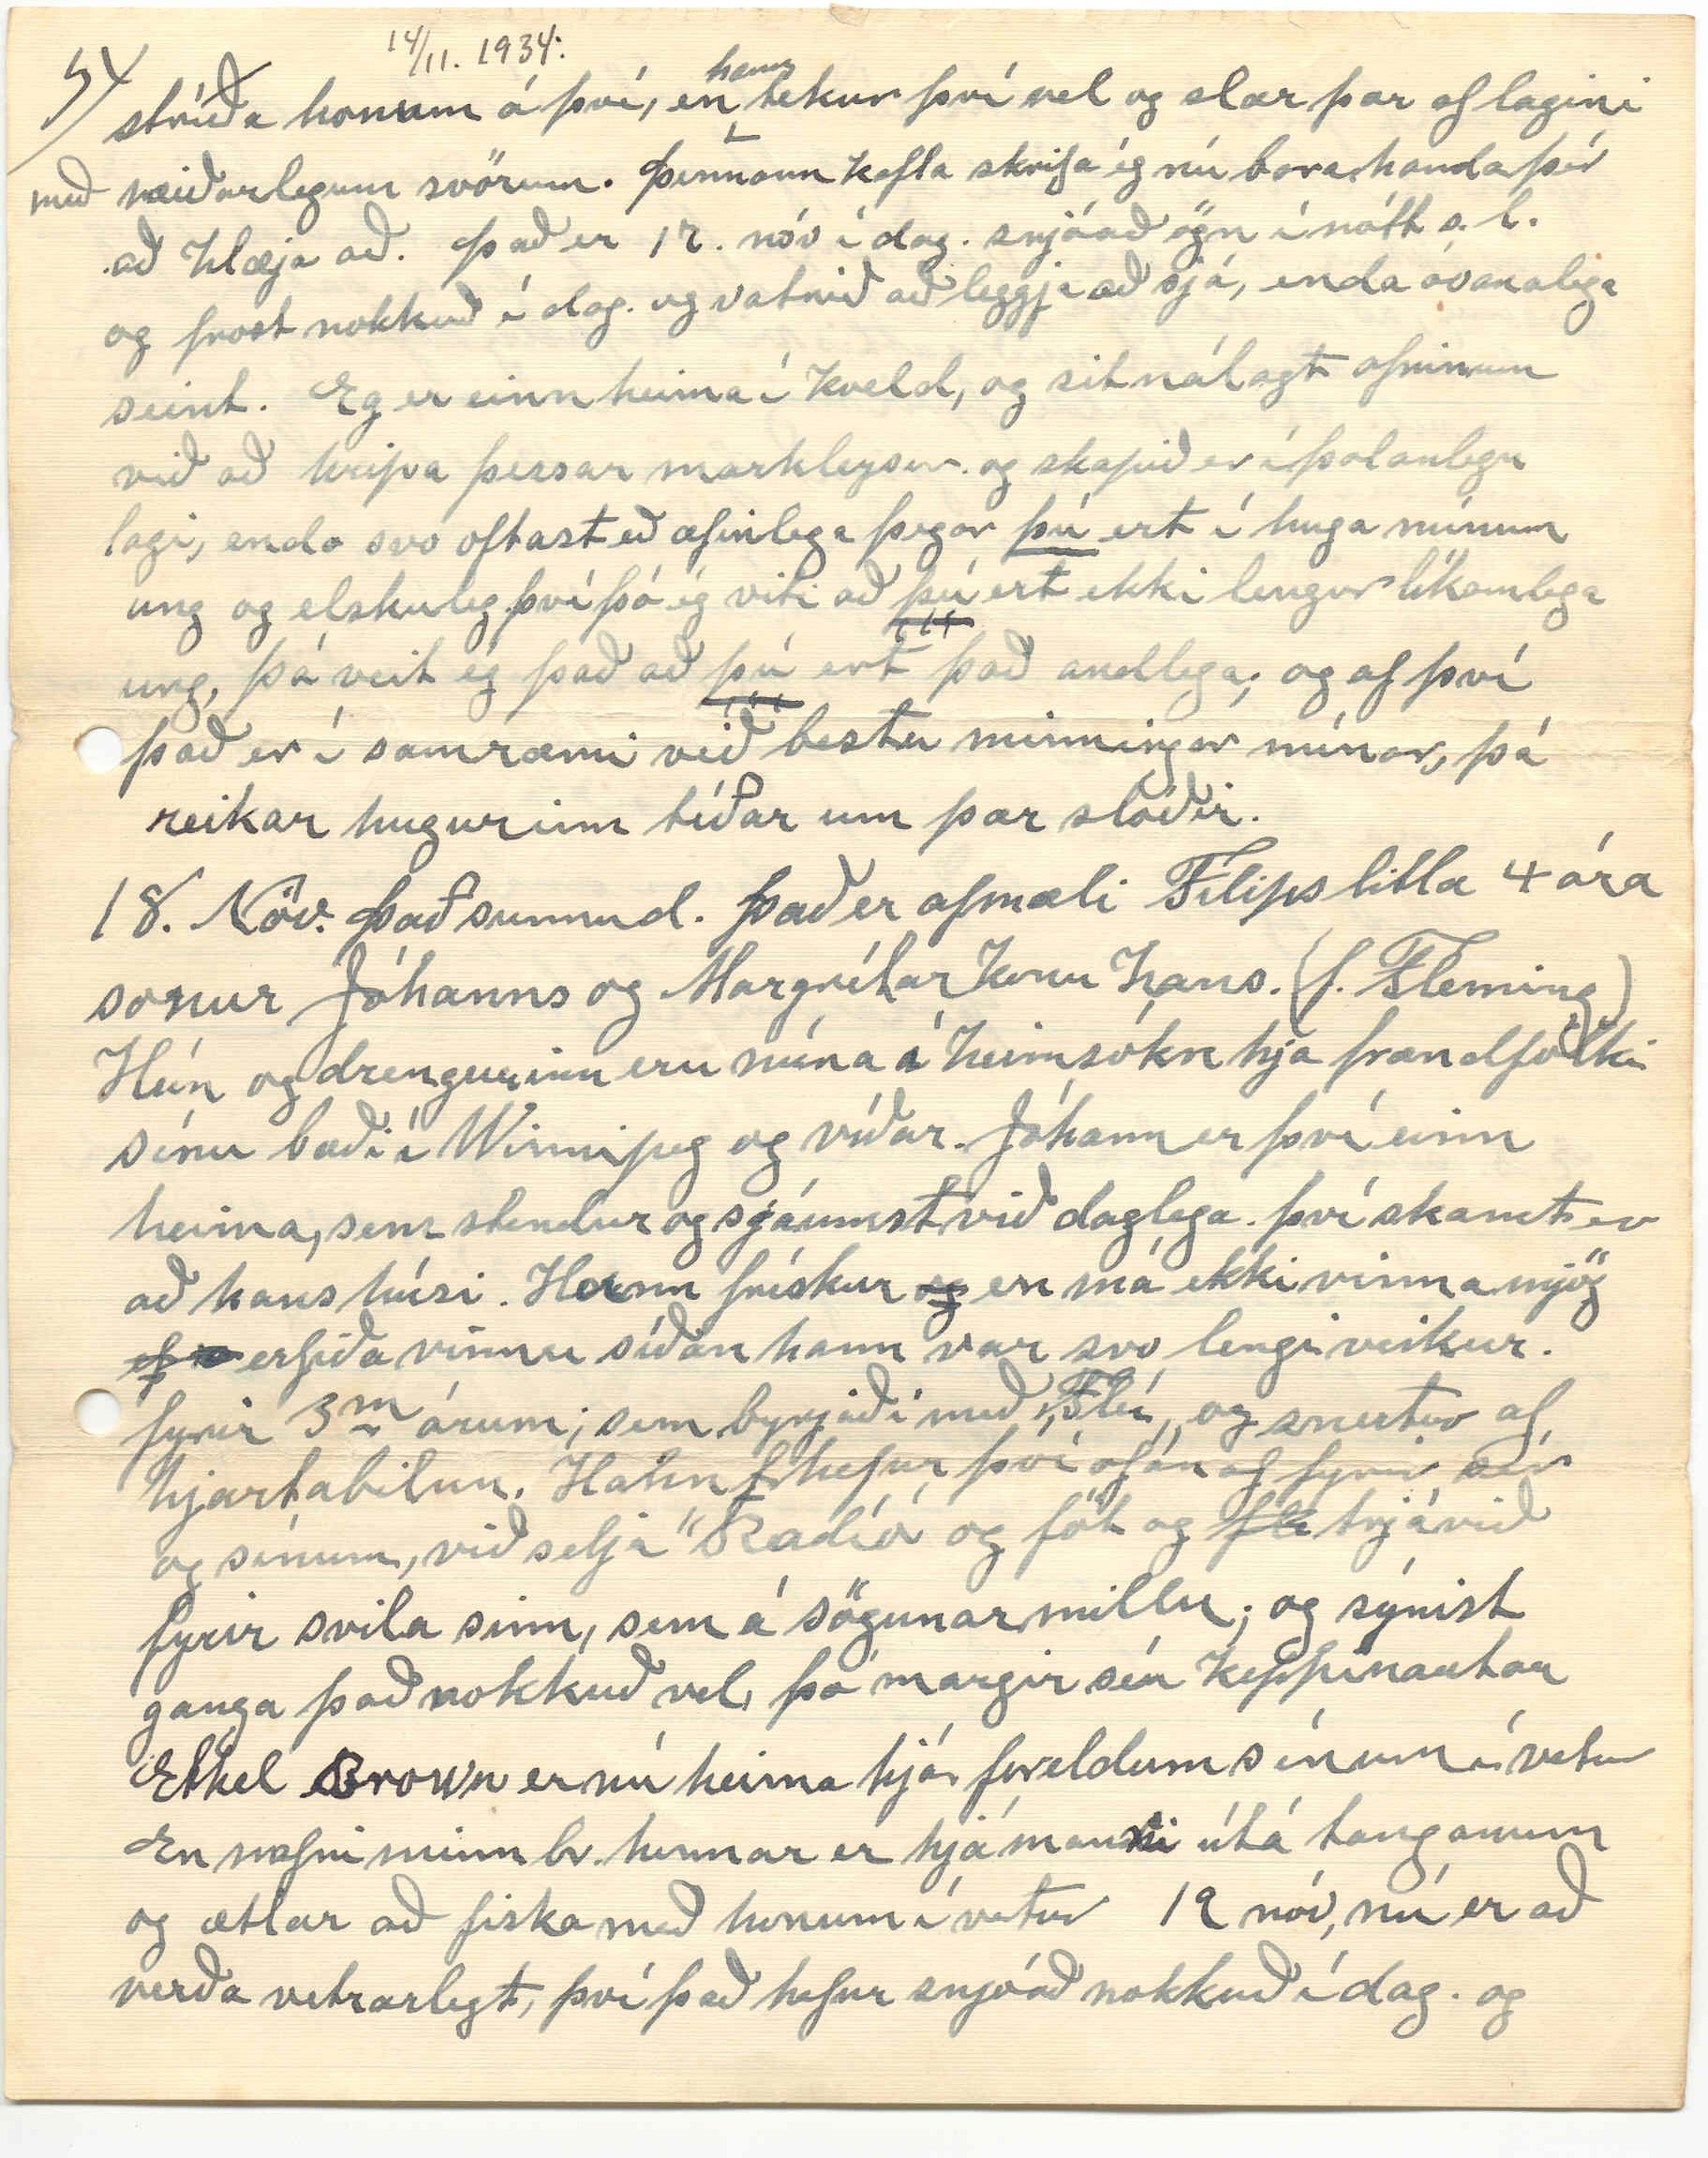

(Box 30) Winnipegosis Man.
14. Nóv 1934.
Elsku systir mín. Það eru nú rúmir 2. mánuðir síðan ég sendi þér bréfmiða, og ásamt því böggul af almanökum Ó S. Th. Það var póstað 10 Sept.
og
með ábyrgð; böggullinn og vonandi komið til þín nú. Frá Hjálmari hef ég enn ekki fengið bréf. En bið þess góða dags með þolinmæði: enda í bréfi þínu, sem ég meðtók á Höfuðdaginn, sá ég að hann hafði haft atvinnu, við að mála, og svo hefur hann auðvitað þó, átt eftir baráttuna við að heyja fyrir skepnurnar, sem hefur, sannarlega verið, með erfiðasta móti á Íslandi í sumar; Ég fékk bréf frá Dóra br. okkar í Sept. og svarið því og Dag fæ ég reglulega, oftast eitthvað af honum í hverri viku Líka ”Tímann„ frá vinkonu minni í N-Dak. og nú nýlega verið léð mörg blöð, ”Alþýðublaðsins„ , svo mér er orðið kunnugt um að Sálmabókar-”viðbætirnn nýja„ og féll í stafi að horfa á þá andlegu eymd, sem þar mætir manni og þarf ég ekki að útmála við þig, hugsanir mínar í því sambandi. ”Heimskringa„ fyrir Sept. og Okt. lét ég sjálfur á pósthúsið hér í gær. Því nú er ég orðinn borgarbúi, eða þorpari! Fluttum hingað, 28 Stept. og höfðum þá búið 32 ár á Red-Deer Point. Hef líklega sagt þér á síðasta bréfi, að það stæði til. Höfum aldrei áður kynst bæjalífi og því æði mikið viðbrygði fyrir okkur; enda sakna ég landlífsins; og altaf fundist að bæjalífið vera þrungið af þröngsýni Samt hefur mér okkur liðið fullvel, enda 6 börn okkar hér líka, sem öll vilja okkur hið besta. Stjana gifti sig
nokkru eftir að við
við
fluttum eða 26 ókt og nú fyrir nokkru sest að á sínu nýja heimili hér. maður hennar er Ílendingur eins og hér er kallað, þó fæddir sé í þessu landi. Fullu nafni Guðmundur Eyríksson Þorsteinssonar. enda sagt þér víst nafn hans áður Þau dvöldu hjá okkur vikutíma eftir að þau giftu sig. Hún tók að sér fataþvottinn fyrir okkur 3., sem nú erum eftir í þessu nýja heimkynni okkar. Björn sá yngsti og við gömlu hróin. Húsið okkar er 24 fet á lengd og 20 á breidd, ekki loft í því; alt úr borðvið
og
fjórfaldir veggji og alþyljað innan. 2 Svefnherbergi; Elduhús, og setustofa 6 gluggar því bjart og vistlegt, og búið að kosta með lóð um
0
500. dollara, eftir þó að mála það utan; að innan á að
”Betrekkja„
það. máski næsta sumar. Steinsteipugrunnur, og kjallari. Framstafn og aðaldyr snúa í vestur að breiðu stræti. Geymsluskúr við bakdyr á austurstafn. af skepnum okkar er ekki annað eftir í okkar eign nema ein kýr, (Svarthjálmótt, og heitir Freyja; En ég er að hugsa um að skýra hana upp og kalla hana ”Huppu„) eina gelda kú; sem á að slátra. og 1 gamlan hest, sem við vildum ekki láta hrekjast. Landið og mestallar byggingar á því og arsforði af eldivið. keypti Kjartan Metúsalemsson, og fluttur þangað fyrir nokkru. Svo nú býr þar annar af 2
m
Mývetningum sem hér er og þyki mér það vel til fallið. Hann er fremur fátækur,
og
en
me
verzlunarmaður hér í bænum hjálpaði honum til að kaupa það, svo tókum við
allgóttin
lítið hús uppi það, sem Kjartan átti hér í bænum, og ætlum við að flytja það á lóð, sem við keyptum við hliðina á okkar. Og svo loka ég nú umræð um þetta í bráð.
Þó ég viti að þú munir verða búin að frétta, áður en þú færð þetta bréf; um það hryggilega tilfelli, sem varð hér, um það 3
m
vikum eftir að við komum hér í bæinn. Þá ætla ég samt að minnast á það. Enda það stæsta slys, sem orðið hefur hér í byggð, eða á þessu vatni, svo nokkur muni til.
Það var
18. Sept. s.l.
18 oktober að 9 mans druknuðu 60 mílur norður héðan, var að flytja sig í vetrarfiskiver. 10 manns voru á bátnum 2 ungar stúlkur af hérlendum ættum og 8 af íslenskum. Alt þetta islenska fólk hafði dvalið hér álíka lengi og og við fyrst á Red Deer Point og síðan hér í bænum,
og
okkur handgengið vinafólk alla tíð; og vel látið af öllum, sem kynni höfðu af því. Og síðan þetta skéði
m0ðir0
er naumast um annað talað, sem og vonlegt er. Í fullar 3 vikur hefur verið leytað með
alk
alskonar áhöldum, en aðeins 2 af islensku líkunum fundist og önnur unga stúlkan hérlenda; og nú í dag komu leitarmennirnir alfarnir. því vonlaust að fleiri finnist fyr en þá af tilviljun næsta sumar. Það
eru
í Lögbergi myndir af
af
þessu fólki öllu, og manninum sem bjargaðist Vilhjálm Ólafsson. Ólafur þessi var einn af þeim, sem fórst þarna 77 ára öldundur og orðlegt valmenni; einka dóttir hans Svanhildur Kári Vilbert maður hennar. og börn þeirra 3. það elsta 10 ára; yngsta á öðru ári. Vilhjálmur, sem ég nefndi er sá eini sem nú er á lífi af þessari
familík
familíu. Orsökin að það fórst var sú að, óstöðvandi eldur kom upp í bátnum af fáum dropum af gasolíu sem hrisluðust óvart
að
á sjóðheita vélina og allur afturpartur bátsins í björtu báli um leið. fólkið komst samt alt í litla byttu, sem því miður varð ofhlaði og hvölfi rétt strax aðeins
3
þrent af fólkinu
kunni sund; en samt komst aðeins einn af þeim til lands. sem var þó svo skamt; eða að sögn ekki meira enn 20-30 faðmar; og besta veður, og ekki nema lítill stormur; um þessa íslenska fólks getur þú lesið í almanaki Ó. S Th. 1930 bl. 73. Séra ”Hermann Hjartarsson„ mun kunnugur ætt Valgerðar sál konu Ólafs sem ég hefi nefnt. Um ætt. Kára Vilberts er þar líka; sömuleiðis um foreldra hans og fleiri Islendinga í einu af almanökunum se
g
m ég sendi þér í haust efti F. Hjálmarsson líka um
n
landnám
n
íslendinga nálægt ”Graften„ N-Dak. - ”Little-Salt„ - (”Litla-Salt„) Þar er talað um ”Sköruvíkur Óla„ æsku leikbróður þinn um tíma. Þegar hann var á Skútustöðum; eða man ég það ekki rétt
?
Hann var
al
föðurbróðir Kára Vilbert Ættir barna okkar og Kára koma saman. í gegnum Guðrúnu konu Guðmundar í Sköruvík, annarsvegar og Jóhanns föður Línu, hinnsvegar. Samkvæmt ættartölu Jóhanns heitins eftri Kr Ásgeir Benidiktsson Þar er getið um 3 börn Olafs nokkurs. (Ekki nefnt hvers son) sem bjó á Íllugastöðm í Fnjóskadal; dóttir hans María
J
móðir Jóhans, föður Sigríðar Ólínu, móður Guðbjargar (mrs. R. Brown) Bróð Maríu Jón. (Fluttist norður í N-Þ. Sýslu) Faðir Guðrúnar, móður Aðaljóns föður Kára Vilbert) Guðleif var systir Maríu og Jóns Olafsson frá Illugastöðum. Guðleif sú var
móðir Jóns Rögnvaldsson á Leifsstöðum föður Steingríms Jónssonar í Kandahar. Sask. föður Guðnýjar. (mrs. S. A. Stephanson Winnipegosis. Ætt Jóhanns Magnússonar
er
er rakin frá Hlin Mikilláta, Danakonung. Sonur hans. Fróði friðsami o.s.frv. 15
nd
liður Hrafn heimski Valgarðsson Landnámsm. 21. liður Sæmundur fróði. 22. Loftur fað Jóns í Odda. 28 ”Grundar Helga„ ”30 Vatnsfjarðar Kristín„
43 lið
44. liður Jóhann Magnusson 45 Sigríður Olína.
17. Þórar
46 Guðbjörg. 47 Þórarinn Aðalsteinn (Brown) Er þetta annars ekki fróðlegt. eða hitt heldur.
Síðan ég skrifaði þér síðast hefur oltið á ymsu með tíðarfarið; September
var k
var allur fremur kaldur og rosastormar; stundum regn, stundum snjóhreitingur til fyrstu viku af óktóber. Síðan ljómandi veður, sjaldan stormar og hvorki komið síðan snjór eða regn teljandi. sumar nætur dálítið frosin jörð á morgnana og margir sólskinsdagar. í dag sá 15
nd
Nóv. glaðasólskin og vatnið marautt enn, og ekki litill munur við það, sem var um þetta leyti í fyrra, þá var kominn hestís á vatni og stórfenni. Byrjað 20 ókt. þá, og helst í nærri 6 mánuði; og snjóaði 2
svar
í viku til jafnaðar. en sjaldan langstæð
frost
hörð frost í senn. Árnína dóttir okkar er sú eina af börnum okkar, sem enn eru á tanganum. Hún kom hér í dag og verður í nótt með litlu drengina sína. Elsti drengurinn er með tannpínu og er hún núna að hjá tannlæknir með hann hann; sá læknir kemur hingað einusinni í mánuði frá Dauphin 40 mil
ur
héðan. Yngsti drengurinn Theodor er rumleg 11 mánaða
og efnilegur. Eg ætla að senda þér með þessu lítið myndaspjald, sem ég lét
t
Árnínu kaka að gamni mínu eitthvað mánuði áður en við fórum af tanganum þó ég sé þar fremur grettur, en
skein sólin
sólin skein
Orðaröð breytt með uppskrifuðum tölustöfum.
beint framaní mig.
Eg vona að þú sért nú búin að
fá
bréfið, sem ég sendi þér, og sem átti að flytja þér þakkir fyrir þennan yndæla uppdrátt af Mývatnsveit. Eg er búinn að sýna hann ýmsum og allir dást að honum, sem verðugt er. Núna er ég að lesa bókina ”Iceland„ eftir W. S. C. Russell„ að vísu prentuð fyrir 20 árum. Hefur hún verið þýdd á Islensku? og sannarlega væri hún þess verð; Því er bæði fróðleg. og lýsingarnar svo hreinar; blátt áfram og sannleiksfúsar. Hlýleikur höfundarins í garð lands og þjóðar svo
innig
innilegur og auðsær að manni ”Vöknar nærri um auga„ Lýsing hans á Mývatnssveit varð mér auðvitað hugleiknust enda er aðdáun hans á henni; stórfengleg og
þó
jafnframt því sönn og drengileg; og það, sem hann minnist suma siði þar og víðar, sem honum komu ókunnuglega fyrir sjónir. þá greiðir vit hans og velvild úr þá á þann hátt að lesandanum finnst
þ
að það verða frekar hrós en móðgun, eins og stundum virðist bre
ð
nna við í ferðasögum útlendinga um Ísland. og nöfn manna eða kvenna setur hann aldrei á þeim, sem honum fundust ”akta„ öðruvísi en væri eðlilegt sem helst kom
fr
þó fram í því; að fólkið væri að sýna sér altof mikla
velv000 óverðskuldaða
gestrisni. og sem eðlilega kemir fyrir; þegar menn mætast og skilja ekki hvor annars tungumál. Eitt þess hatti minnist
hann á í góðu gamni, sem fór fram milli hans og einnar þjónustu þeirra hjónannan er þau héldu til í Þinghúsinu á Skútustöðum, enda kom það svo broslega út að ómögulegt er annað en gera sér gaman af því. einmitt af því, hvað hann lýsir því græskulaust. Það, sem hann minnis, útsýnið á Stúkustöðum, segir hann að það eigi ekki
sinn
líka
að
á Íslandi, að fegurð og margbreyttum mikileik. Og viðtökunum einum
þest
þeim bestu að öllu leyti, og hvað Sér hafi þótt vænt um að séra Árni Jónsson gat talað við hann. Eins og við er að búast rekur maður sig á smá-misagnir en þær eru furðu fáar og smáar og gleymast fljótt innanum svo fagran og dýrmætann fróðleik, sem bókin geymir spjaldanna milli Eg hefði haft gaman af að minnast á sumt, sem hann
og
skýrir frá í Mývatnssveit,
en
en það yrði of langt mál á svo litlu blaði. En mundu að segja mér hvort hún er til á íslensku Hefur þú ekki lesið bókina, ”Nansen i den frosne Verden„? hana hef eg lesið víst þrisvar, svo fannst mér hún spennandi. Nýjar íslenskar bækur eru mjög sjaldgæfar hér vestra; og þær fáu, sem slæðast vestur, eru svo óguðlega dýrar að almúgafólk vigrar sér við að kaupa þær og í tilbót það „sem verða vill„ hvað fátt er nú orðið hér af
því
fólki, sem löngun hefur til að lesa þær.
Jæja Elski systir mín; ég er orðin á eftir tímanum með að þetta komi til þín fyrir næstu jól. Það er skamt á pósthúsið fyrir mig núna, eða álíka og af hlaðinu á Skútust. og austur á Dagmálahólinn. Rölti þangað þegar von er á póst sem kemur þrisvar í viku. Þriðjud. Fimmtud. og Laugard
og járnbrautarlest flesta daga, nema sunnudaga. 2 skólahús eru í bænum, það minna fyrir yngsu börnin. Hinn fyrir þau, sem eru komin vel á veg og hærri deild hanns kölluð hér háskóli, sem svarar til að mér skilst Gagnfræðaskóla heima. Sá skóli er hér svo sem 200 faðma frá okkar húsi, og vist um 100 börn, sem ganga á hann og er gaman að horfa á hópinn í frítímum er að leikjum á stór
um
rennsléttum velli; í þeim hóp eru 4 stúlkur Helgu okkar. Flesta daga lítur eitthvað af börnum og barnabörnum okkar inn til
afa
pabba og mömmu, afa og ömmu, og af og til gamlir kunningjar; og sjálf staulumst við til þeirra. Dætur og tengdadætur. Þvo fotin; og baka
brað
brauð; og ræsta húsgólfið. Stína er næst okkur og þvoði alt gólfið í dag, svo þú sérð að þetta byrjar vel fyrir okkur og vonar það endi vel líka enda öllum börnum okkar ant um velíðun okkar. Þau voru
hér
með fleira móti við vana, stödd
hér
hjá okkur í
d
gærkveld; og heyrði ég að eitthvert þeirra hafði orð á því að nú væru þau að skríða í hreiðrið aftur, og úr því varð góðlátur gleðskapur, og kom sér vel. Svo var haldið áfram, hvað margir væri til staðar og hvað vantaði í hópinn og það leiddi loks að því hvað margt þetta. Stefánssons ”slegti„ (það eru nú mín orð samt) væri orðið hérna megin við pollinn. Fyrst var reiknað í huganum. Einn sagði það væri 43; annar 39; Þriðja 41. Svo eitthvað var nú bogið og nú var tekið blað og penni og þar
st
skipað niður í hverja
deild
n.l. hvað margir væru í hverri familíu og þá urðu það 40. en þá rak Helga augun í það að í hennar dylk vöru 7. í staðinn fyrir 8. og þá urðu það 41. og
það var
því var slegið föstu, og ég varð hróðugur því það var mín getgáta. og úr þessu varð mikill hlátur; og ekki minkaði kátínan þegar Stebbi fór
að
telja upp nöfnin á sínum króum hann á n.l. ekkert ennþá og systur hans eru stundum að
stríða honum á því, en
hann
tekur því vel og slær þær af lagini með heiðarlegum svörum. Þennann kafla skrifa ég nú bara handa þér að hlæja að.
Það er 17. nóv í dag. snjóað ögn í nótt s.l. og frost nokkuð í dag og vatnið að leggja að sjá, enda óvanalega seint. Eg er einn heima í kveld, og sit nálægt ofninum við að hripa þessar markleysur og skapið er í þolanlegu lagi, enda svo oftast að æfinlega þegar
þú
ert í huga mínum ung og elskuleg því þó ég viti að
þú
ert ekki lengur líkamlega ung, þá veit ég það að
þú
ert það andlega; og af því það er í samræmi við bestu minningar mínar, þá reikar hugurinn tíðar um þær slóðir.
18. Nóv. Það sunnud. Það er afmæli Filips litla 4 ára sonur Jóhanns og Margrétar konu hans. (f. Fleming) Hún og drengurinn eru núna í heimsókn hjá frændfólki sínu bæði í Winnipeg og víðar. Jóhann er því einn heima, sem stendur og sjáumst við daglega. því skamt er að hans húsi. Hann frískur
og
en má ekki vinna mjög
ef
erfiða vinnu síðan hann var svo lengi veikur. fyrir 3
m
árum; sem byrjaði með ”Flú„ og snertur af hjartabilun. Hann
f
hefur því ofan af fyrir sér og sínum, við selja ”Radíó og föt og
fle
trjávið fyrir svila sinn, sem á sögunarmillu; og sýnist ganga það nokkuð vel, þó margir séu keppinautar Ethel Brown er nú heima hjá foreldum sínum í vetur En nafni minn br. hennar er hjá manni útá tanganum og ætlar að fiska með honum í vetur
19 nóv, nú er að verða vetrarlegt, því það hefur snjóað nokkuð í dag. og
talsvert frost og ekki séð til sólar í allann dag. Björn og Stebbi; Númi og Loftur, voru að saga eldivið fyrir okkur. með vél. Við Lína fórum í gærkveld í tungljósinu, að heimsækja hjón hér skamt frá og sátum þar í hrókaræðum til miðnættis við kaffidrykkju, og skemtum okkur vel. Hann þuldi fyrir mig vísur sínar, en ég sagði honum smásögur af Hrútagrimi; Geira Bödda; Grímsa syni hans; Sigurjón Randíðar; Jóhannesi Klofstutta og nafna hanns blóðlausa; Jóhanni Vindbólu; Jósepi meðhjálpara. Þegar ég í hólum; og hlóum okkur til hressingar
En svo er nú best að hætta þessari ”löngu vitleysu„ og reyna að koma henni á pósthúsið á morgun
Með hjartans kveðjum. Þinn einl. bróðir
Þórarinn Stefánsson
E. S. áður en ég lokaði þessu bréfi, gaf Björn mér mynd af sér og stúlkunni sinni. Hún kom í haust og dvaldi hjá okkur eina viku; en er og hefur verið í Winnipeg
000
síðan í fyrra-haust, og gerði ráð fyrir að vera þar til næsta vor, ef hún
f
missir ekki þá atvinnu, sem hún hefur nú; Vinnur á sjúkrahúsi
Þinn gamli br.
Þórarinn